Bréfritari: Jóhannes Halldórsson
Dagsetning: A-1878-07-06
Skrifað á: Vesturheimi

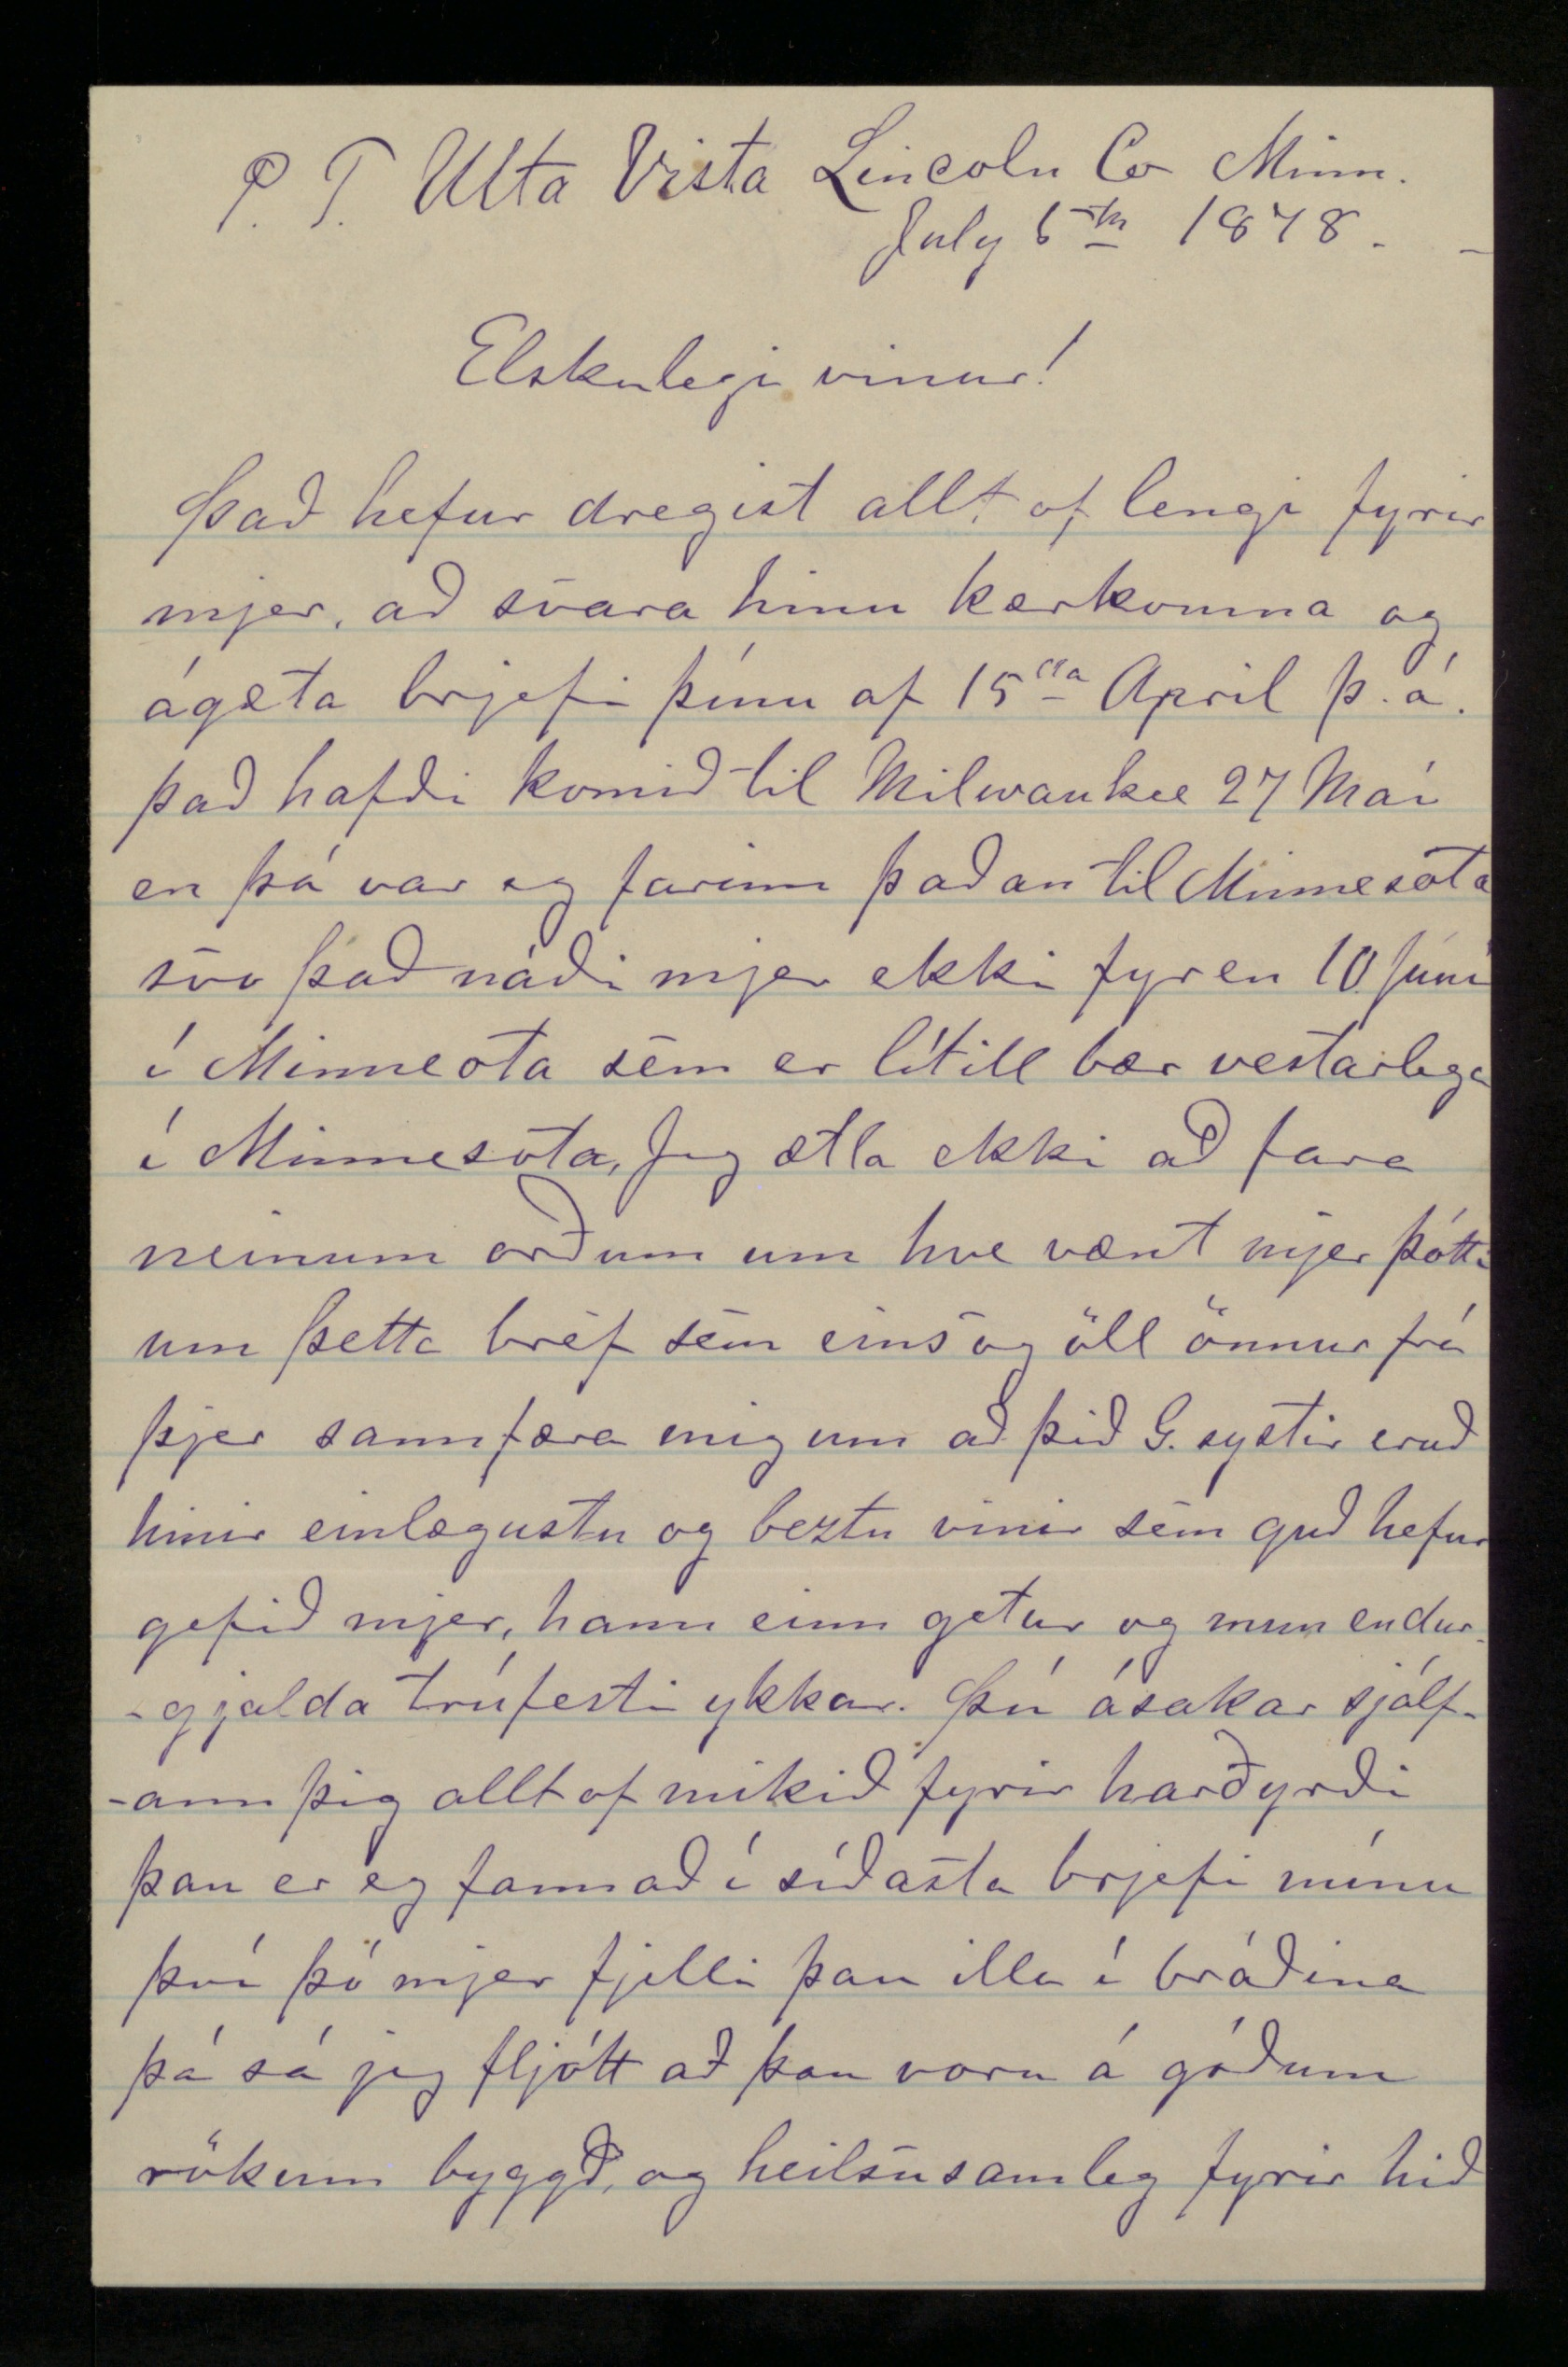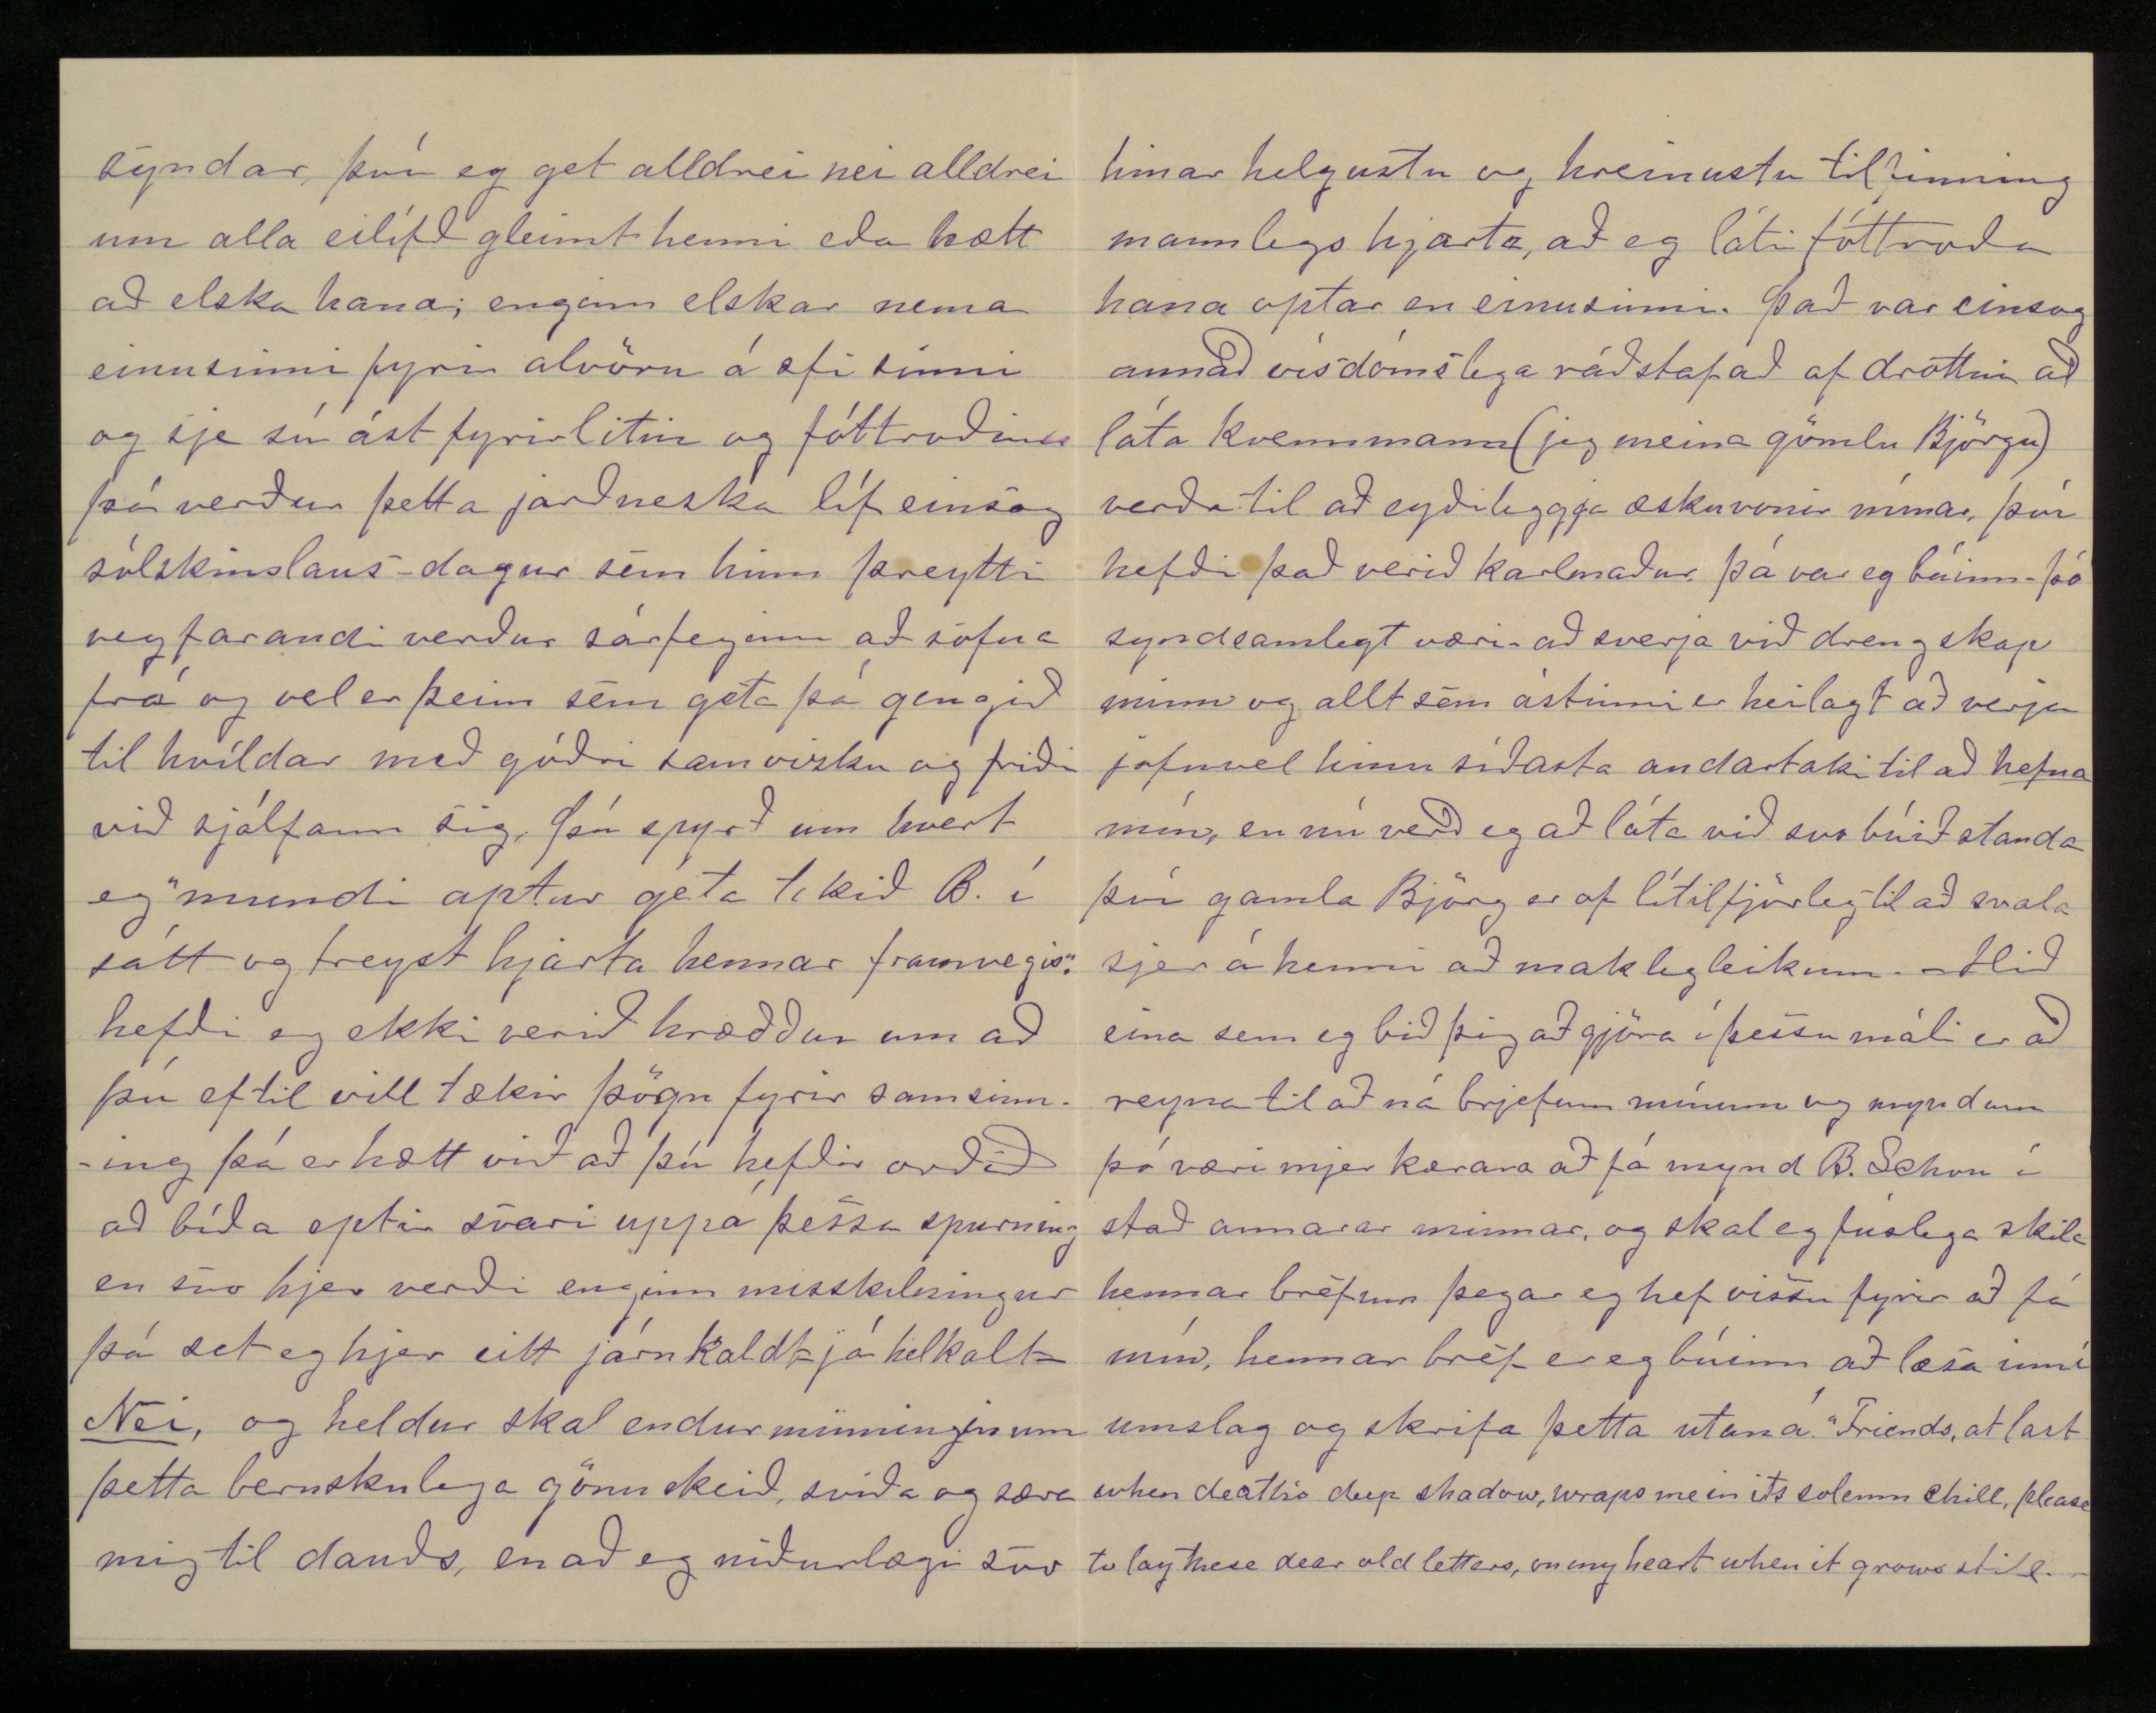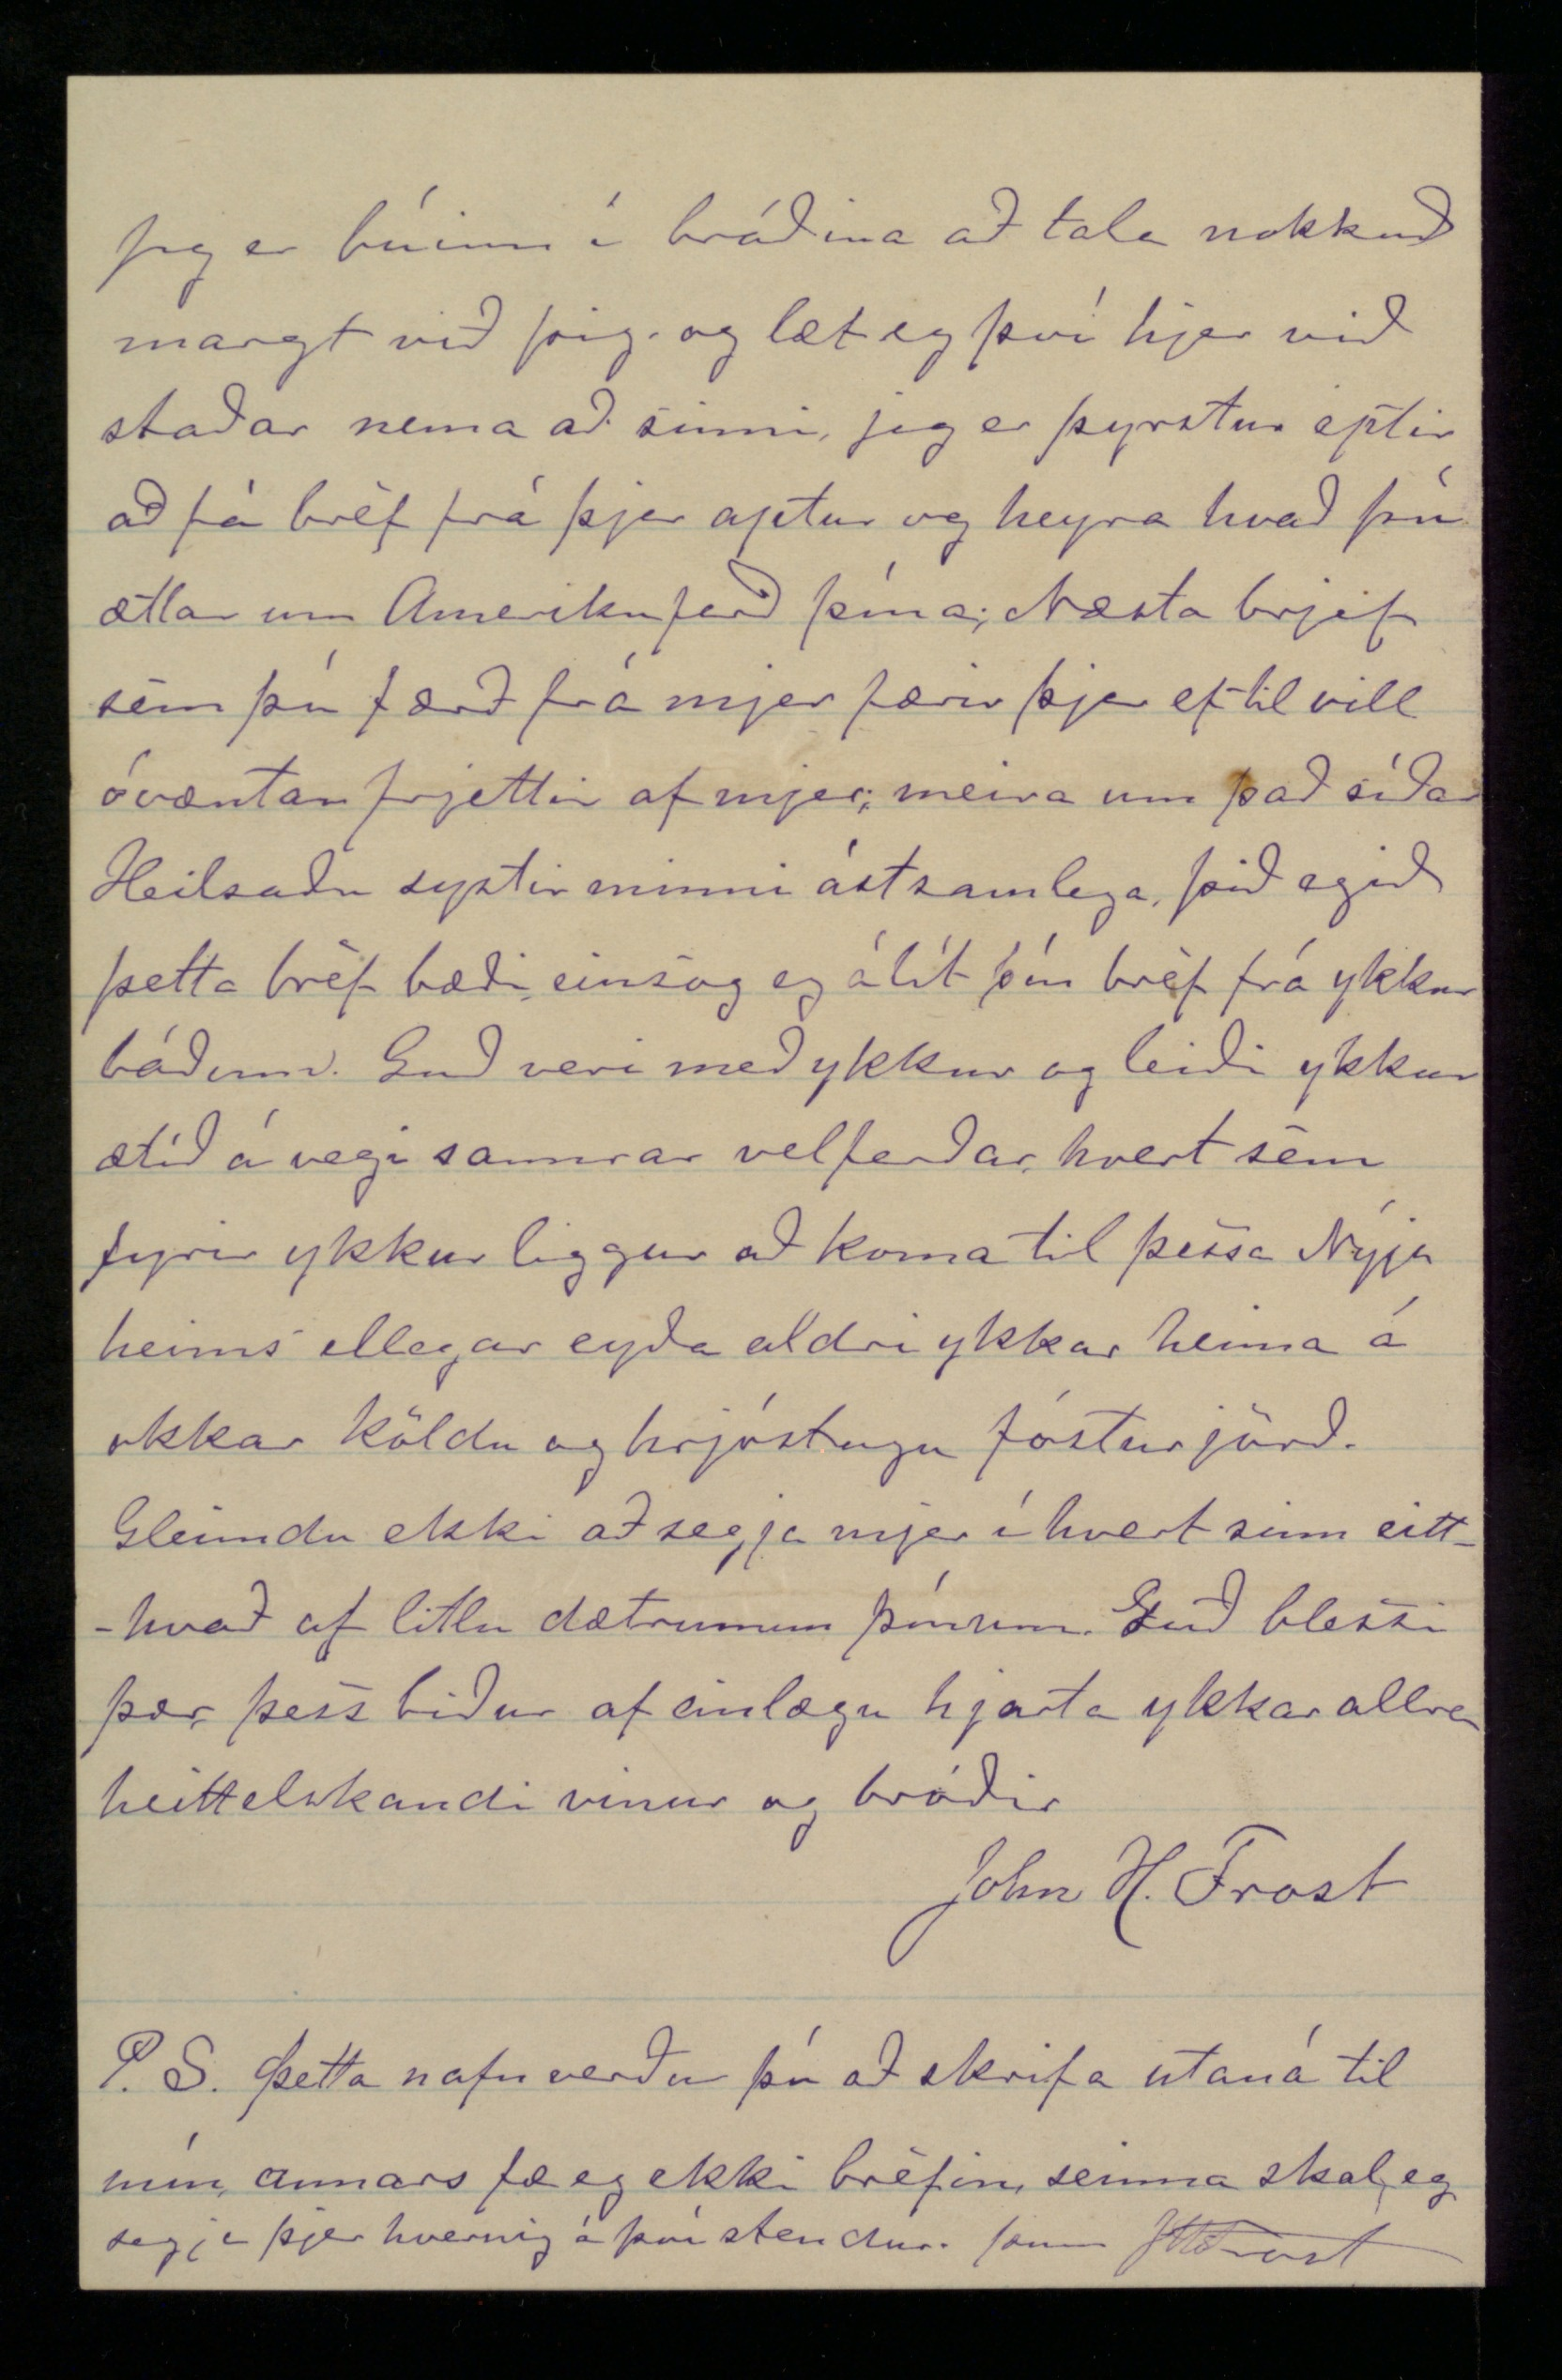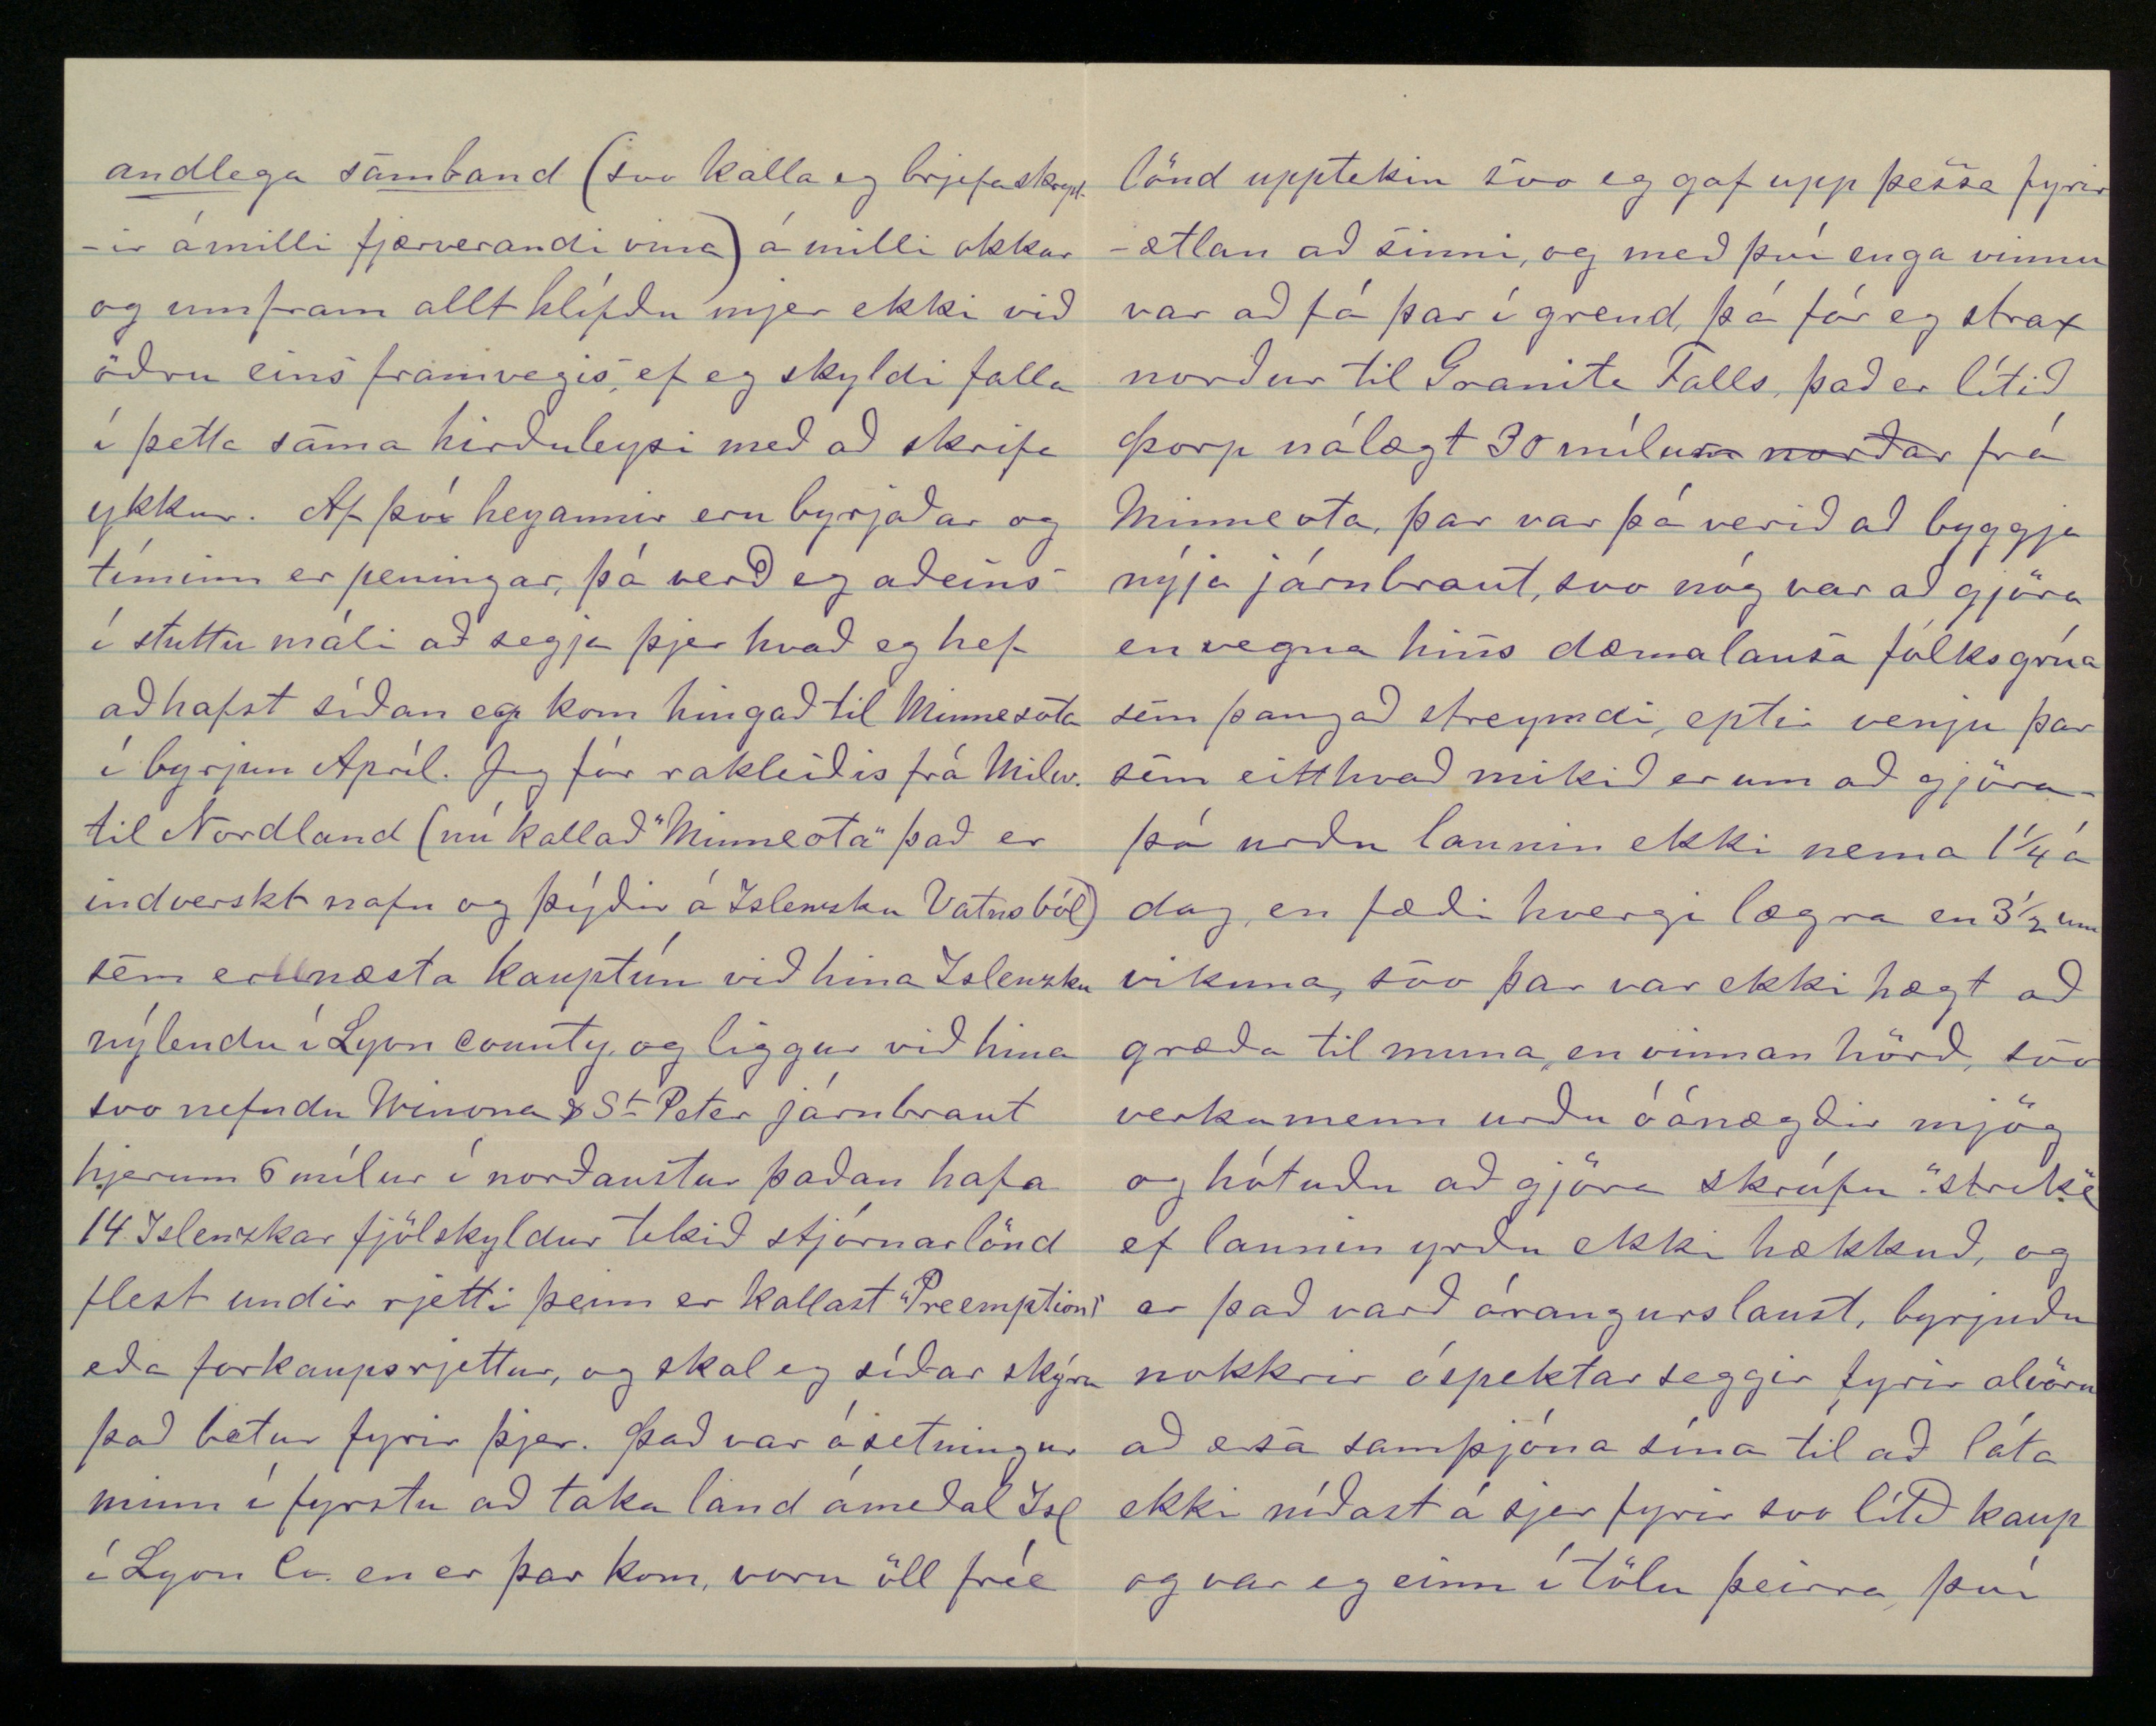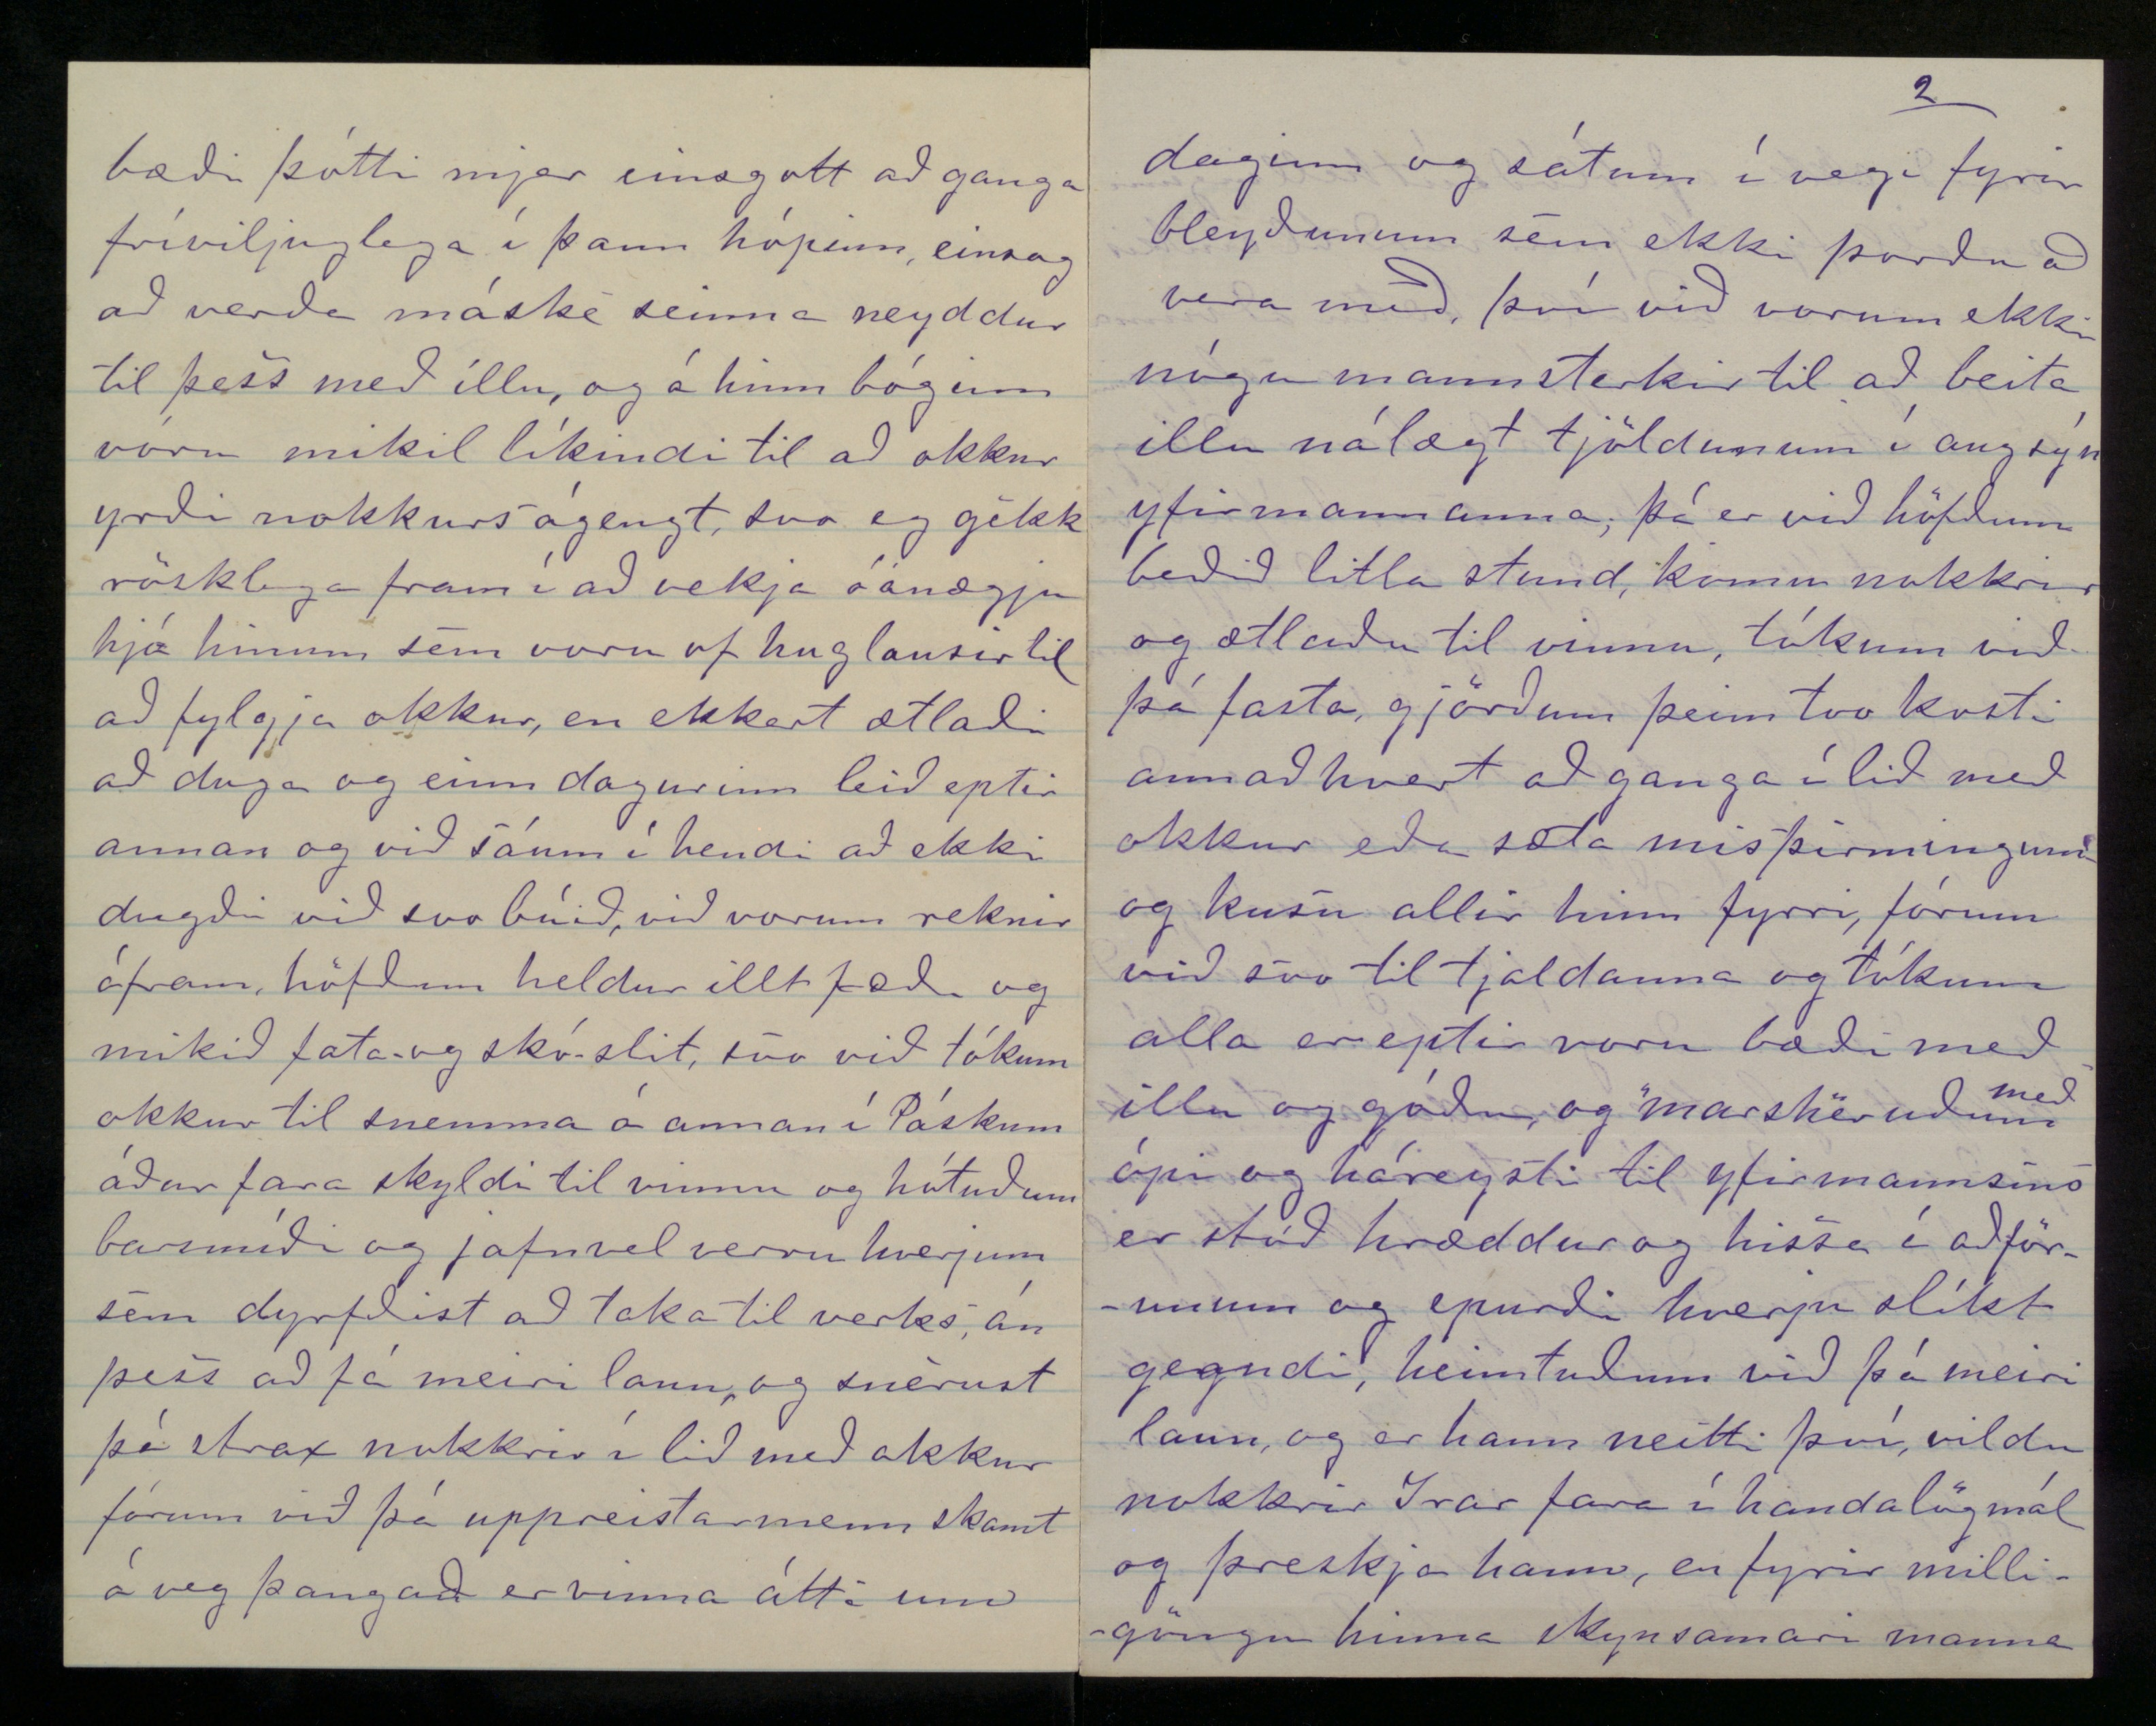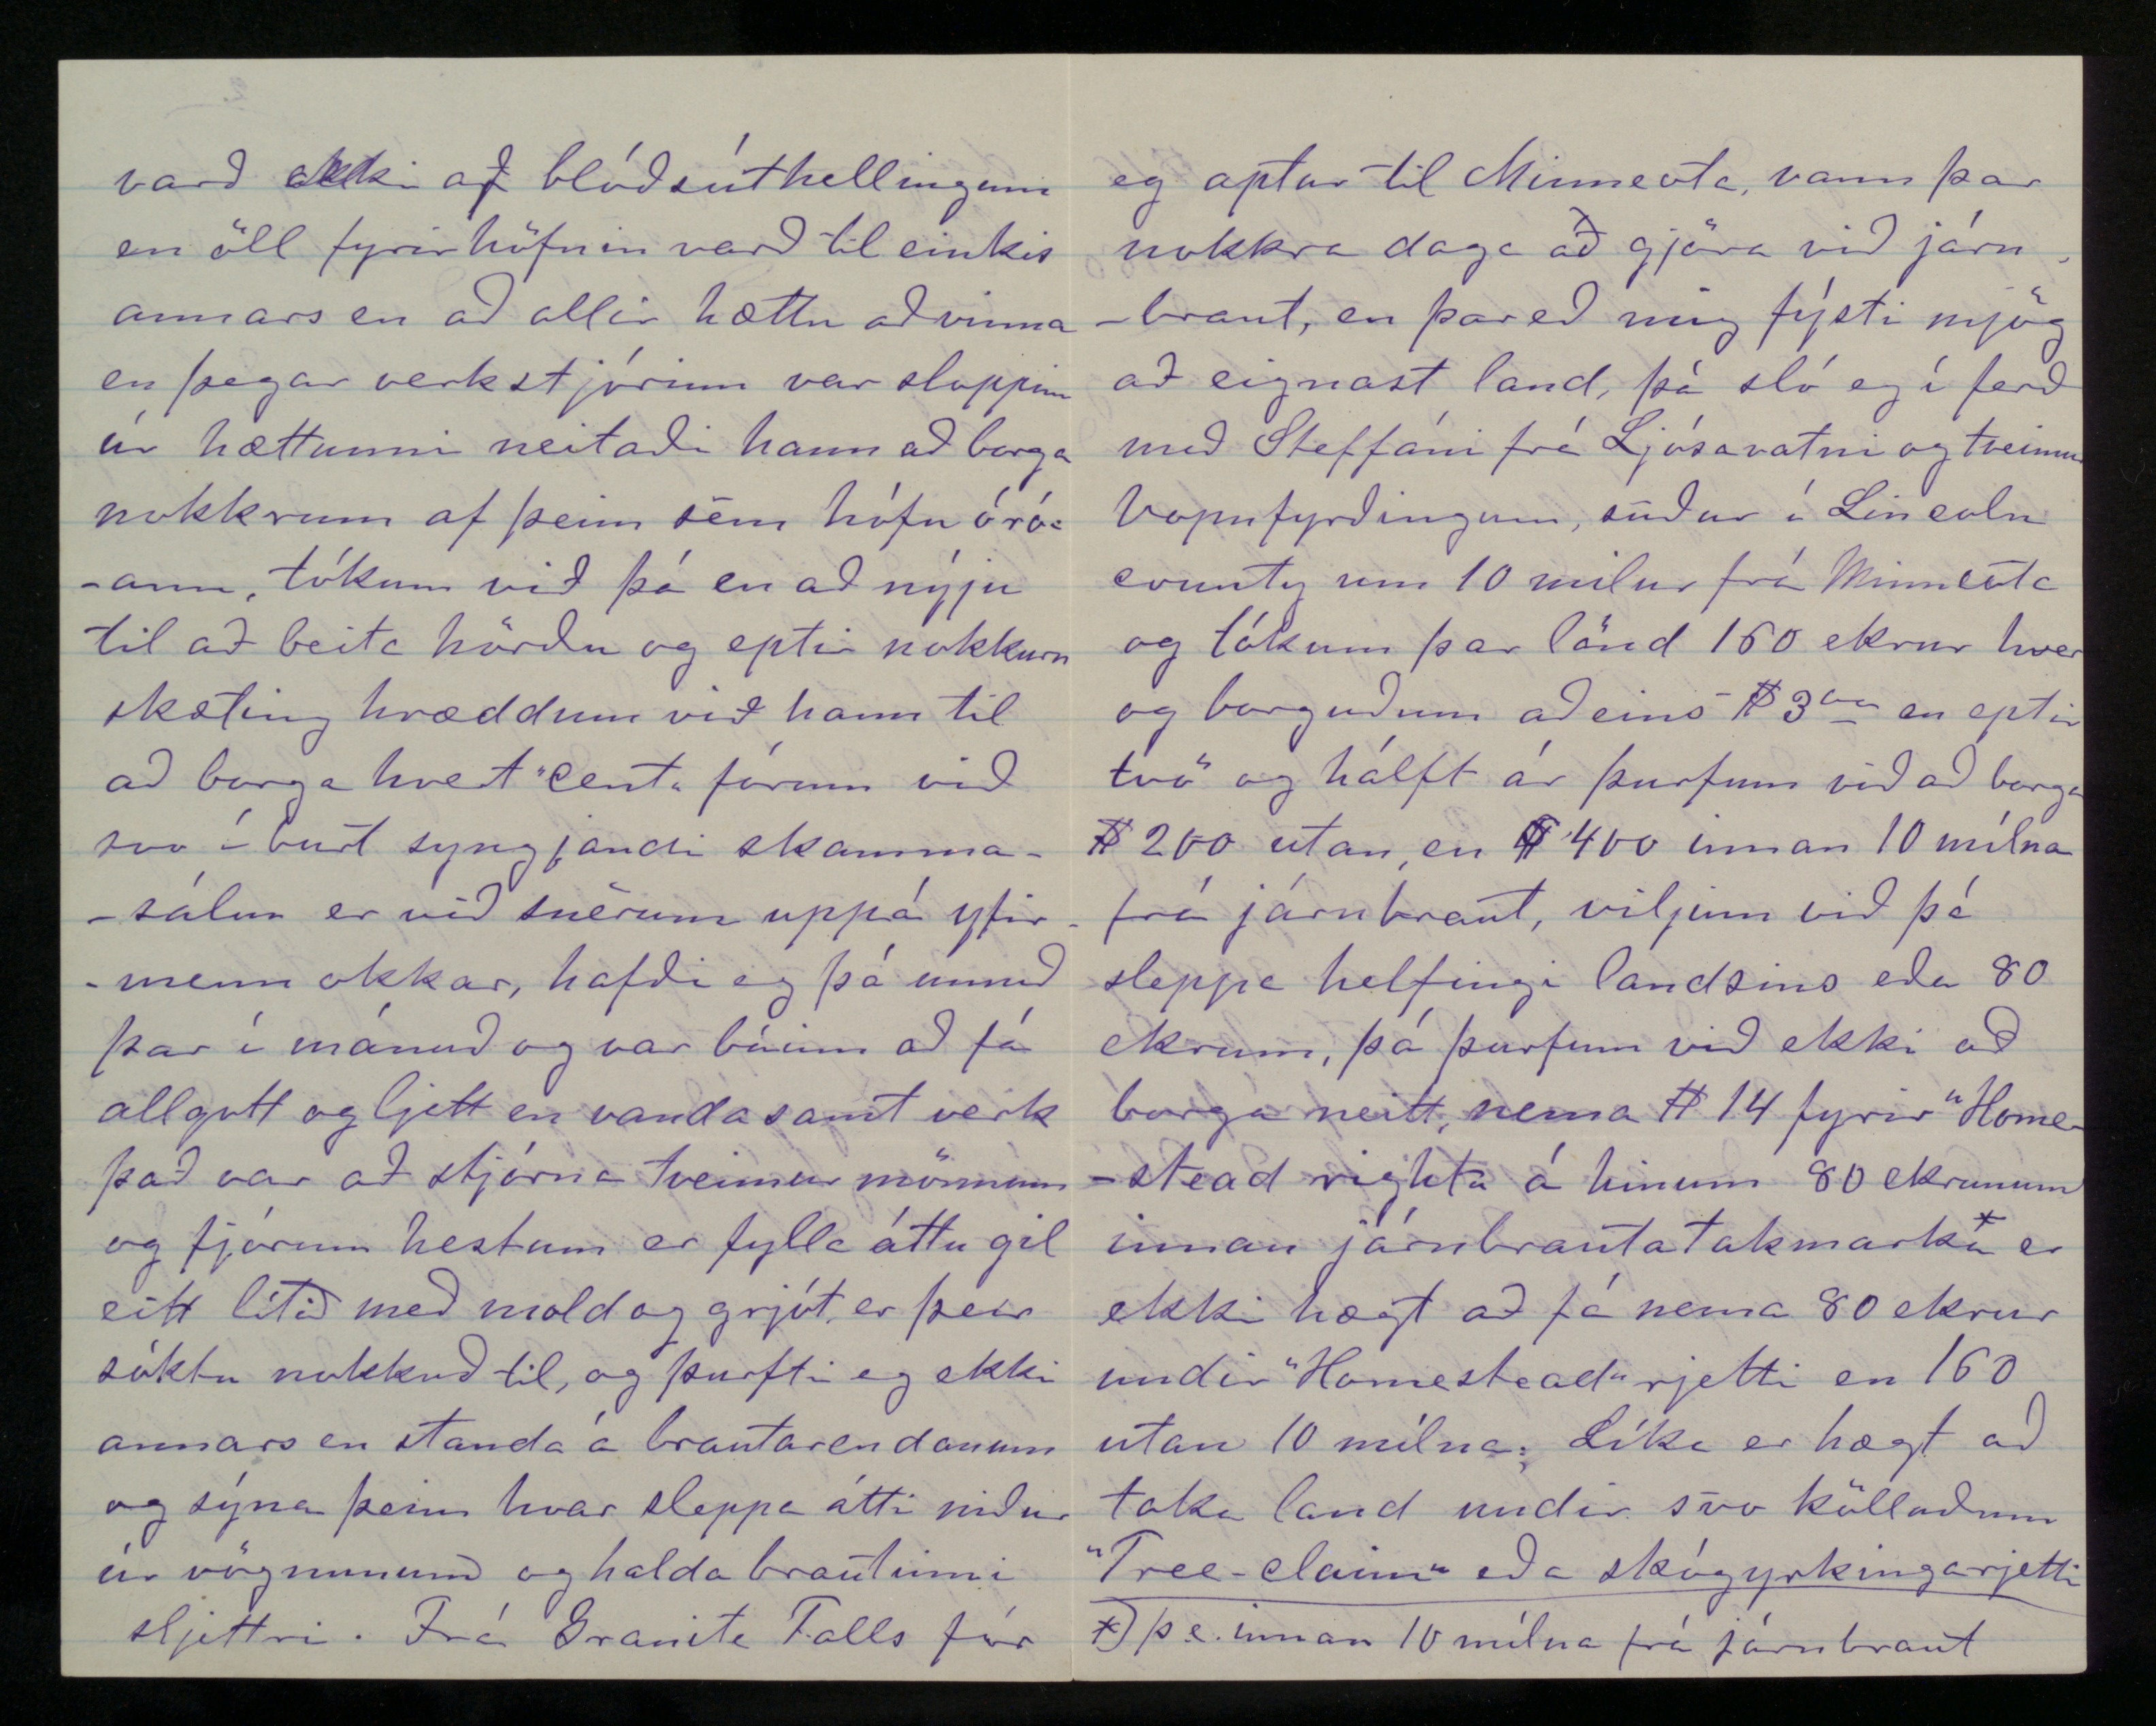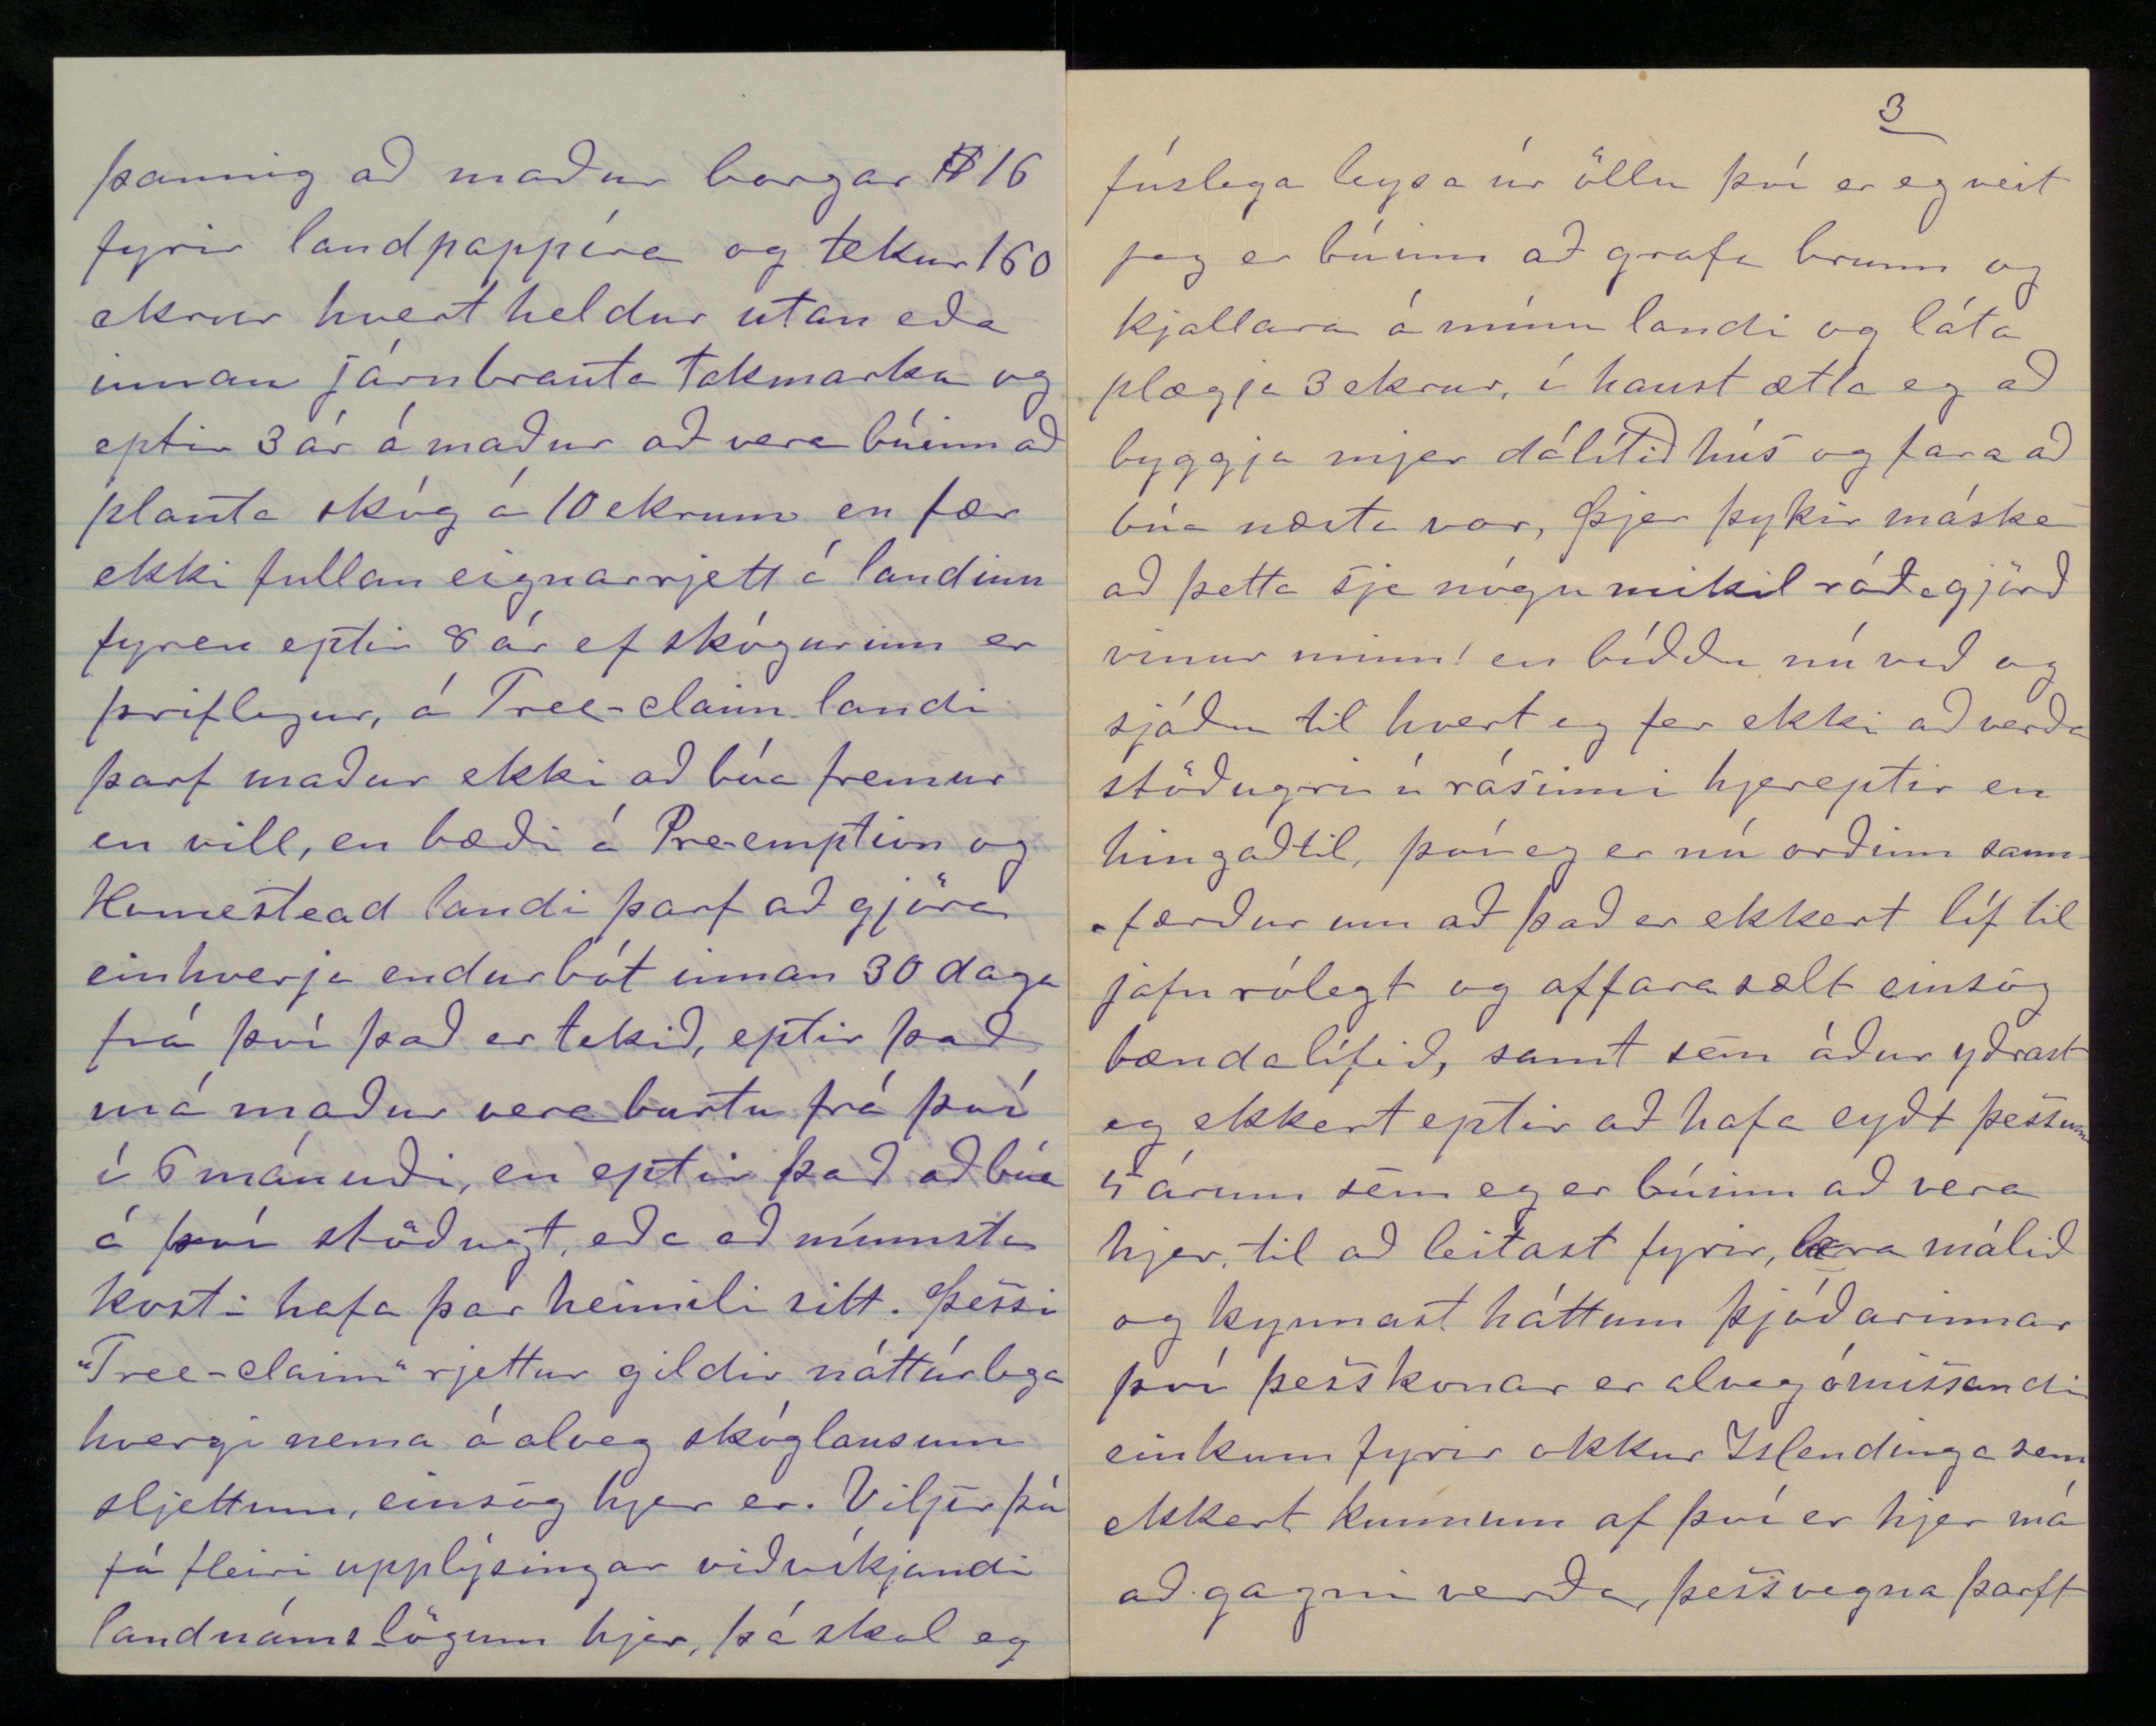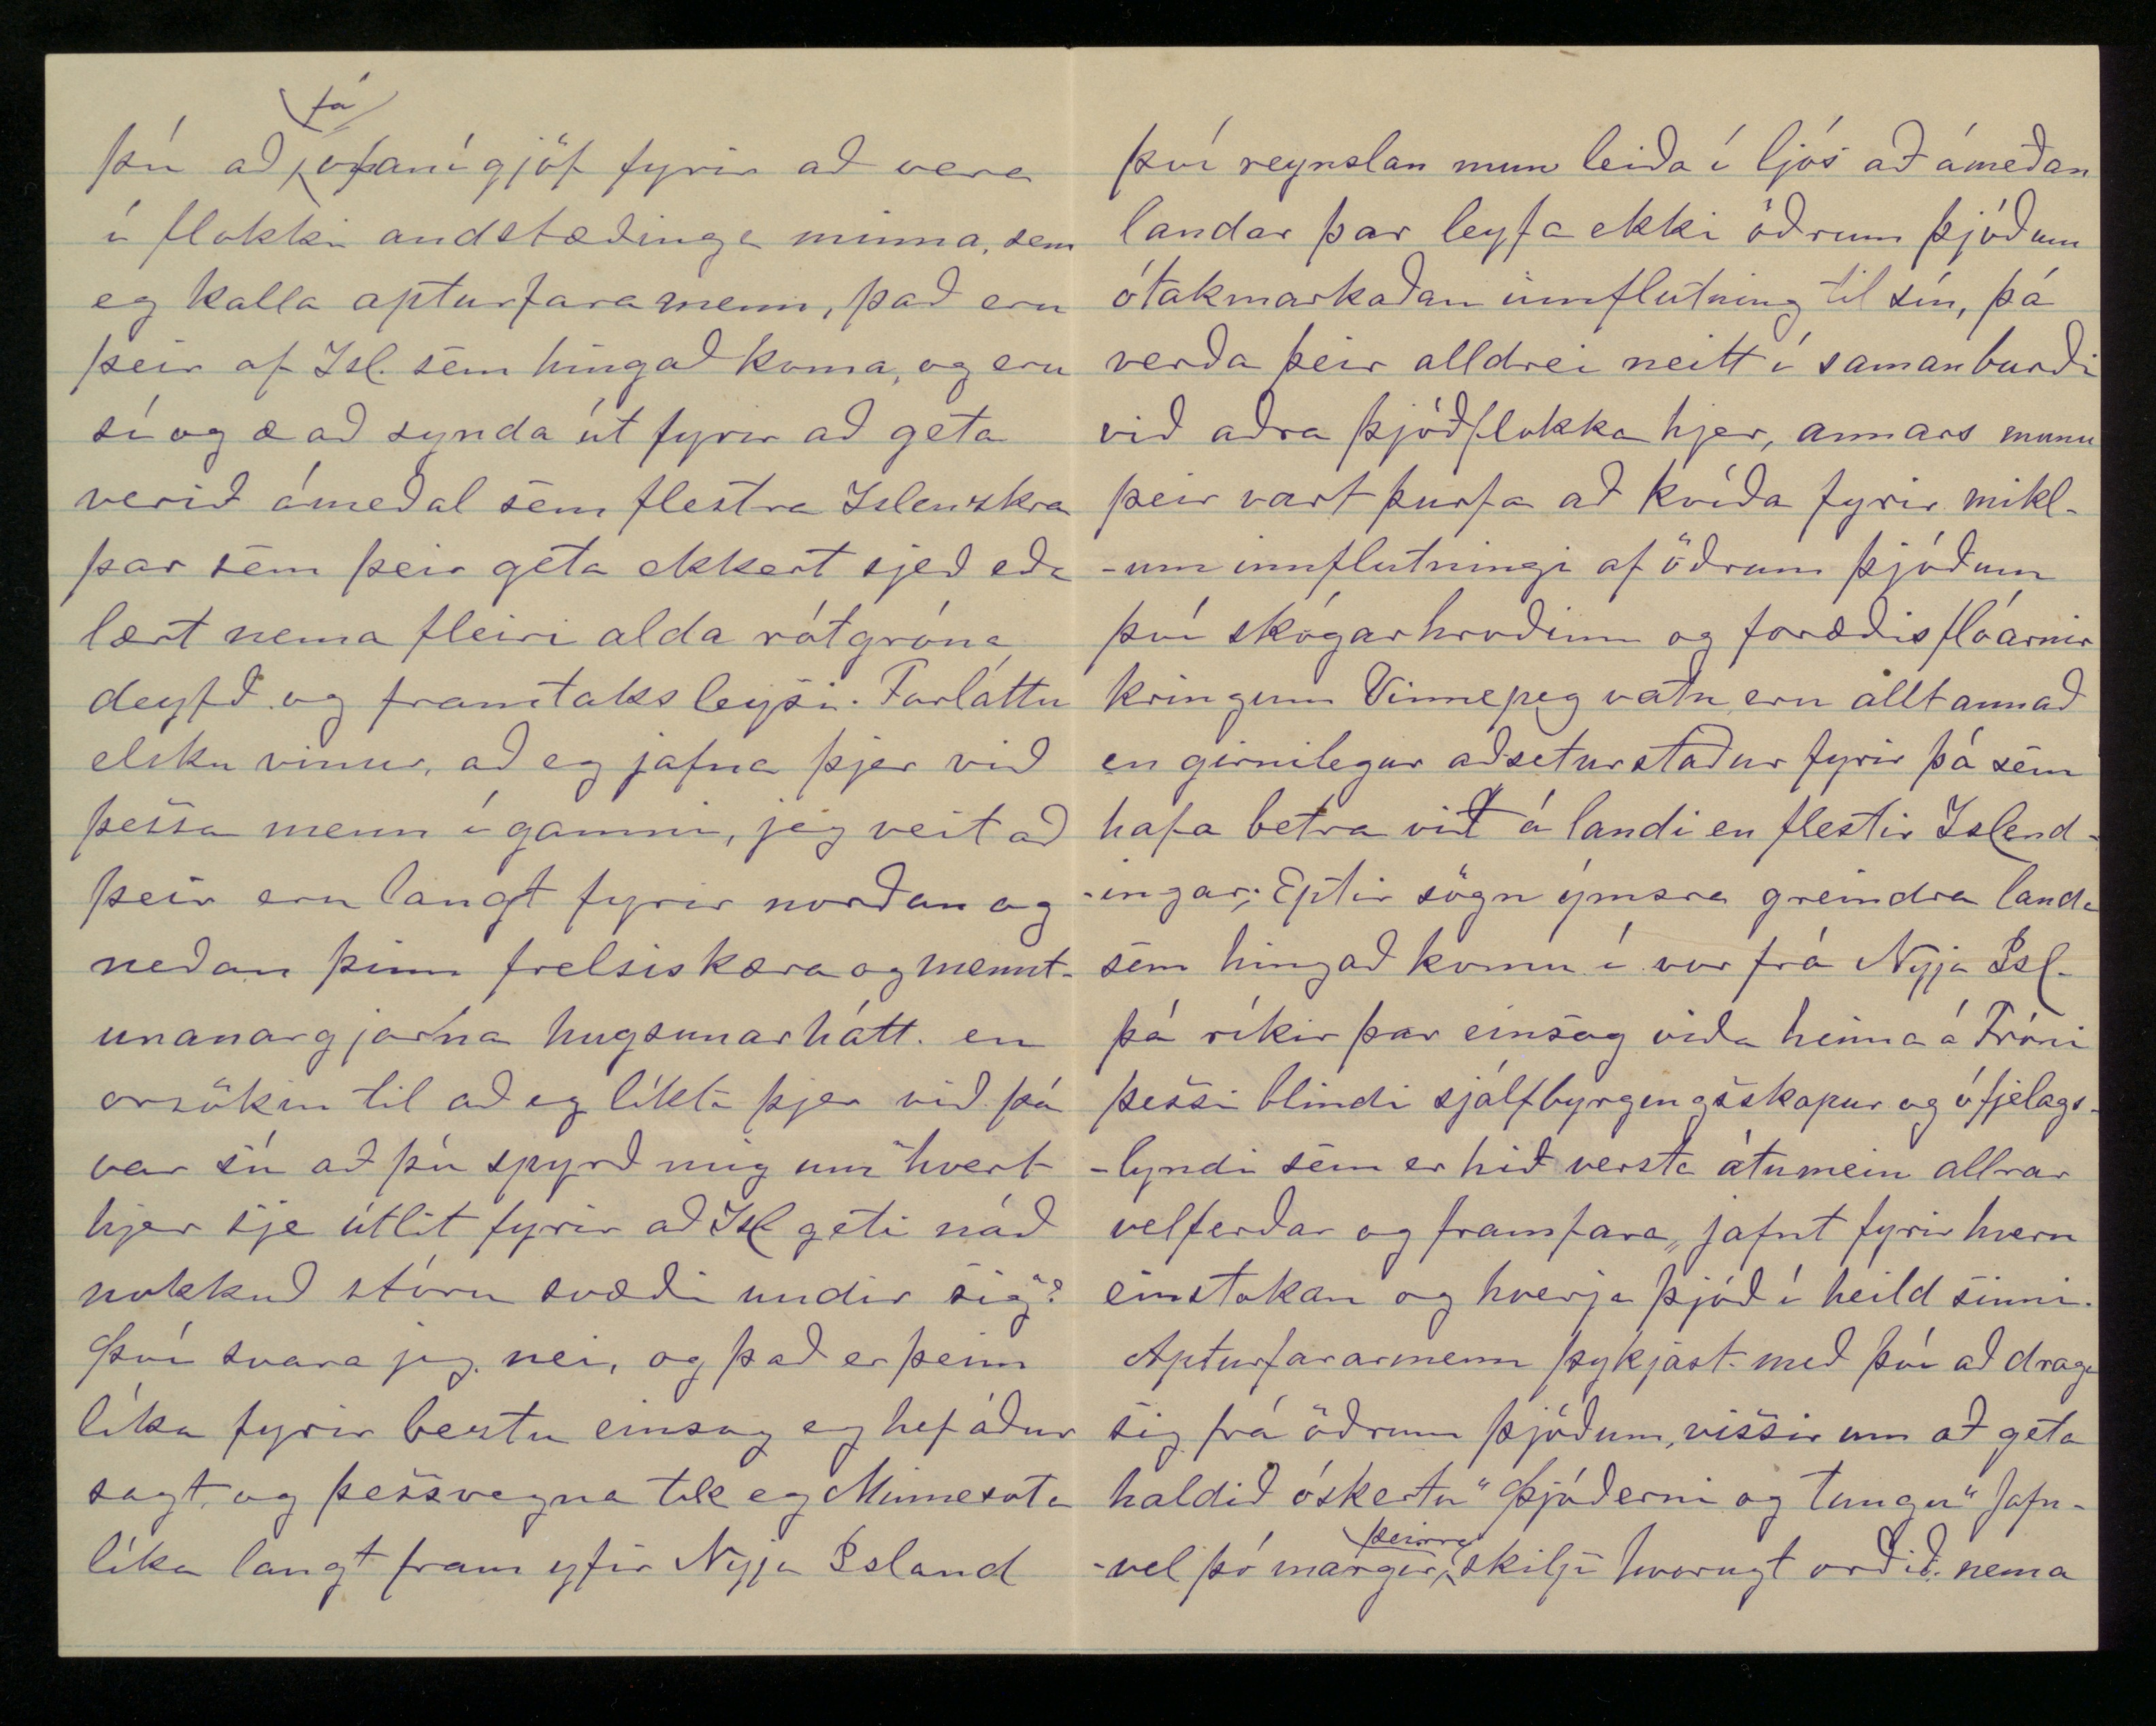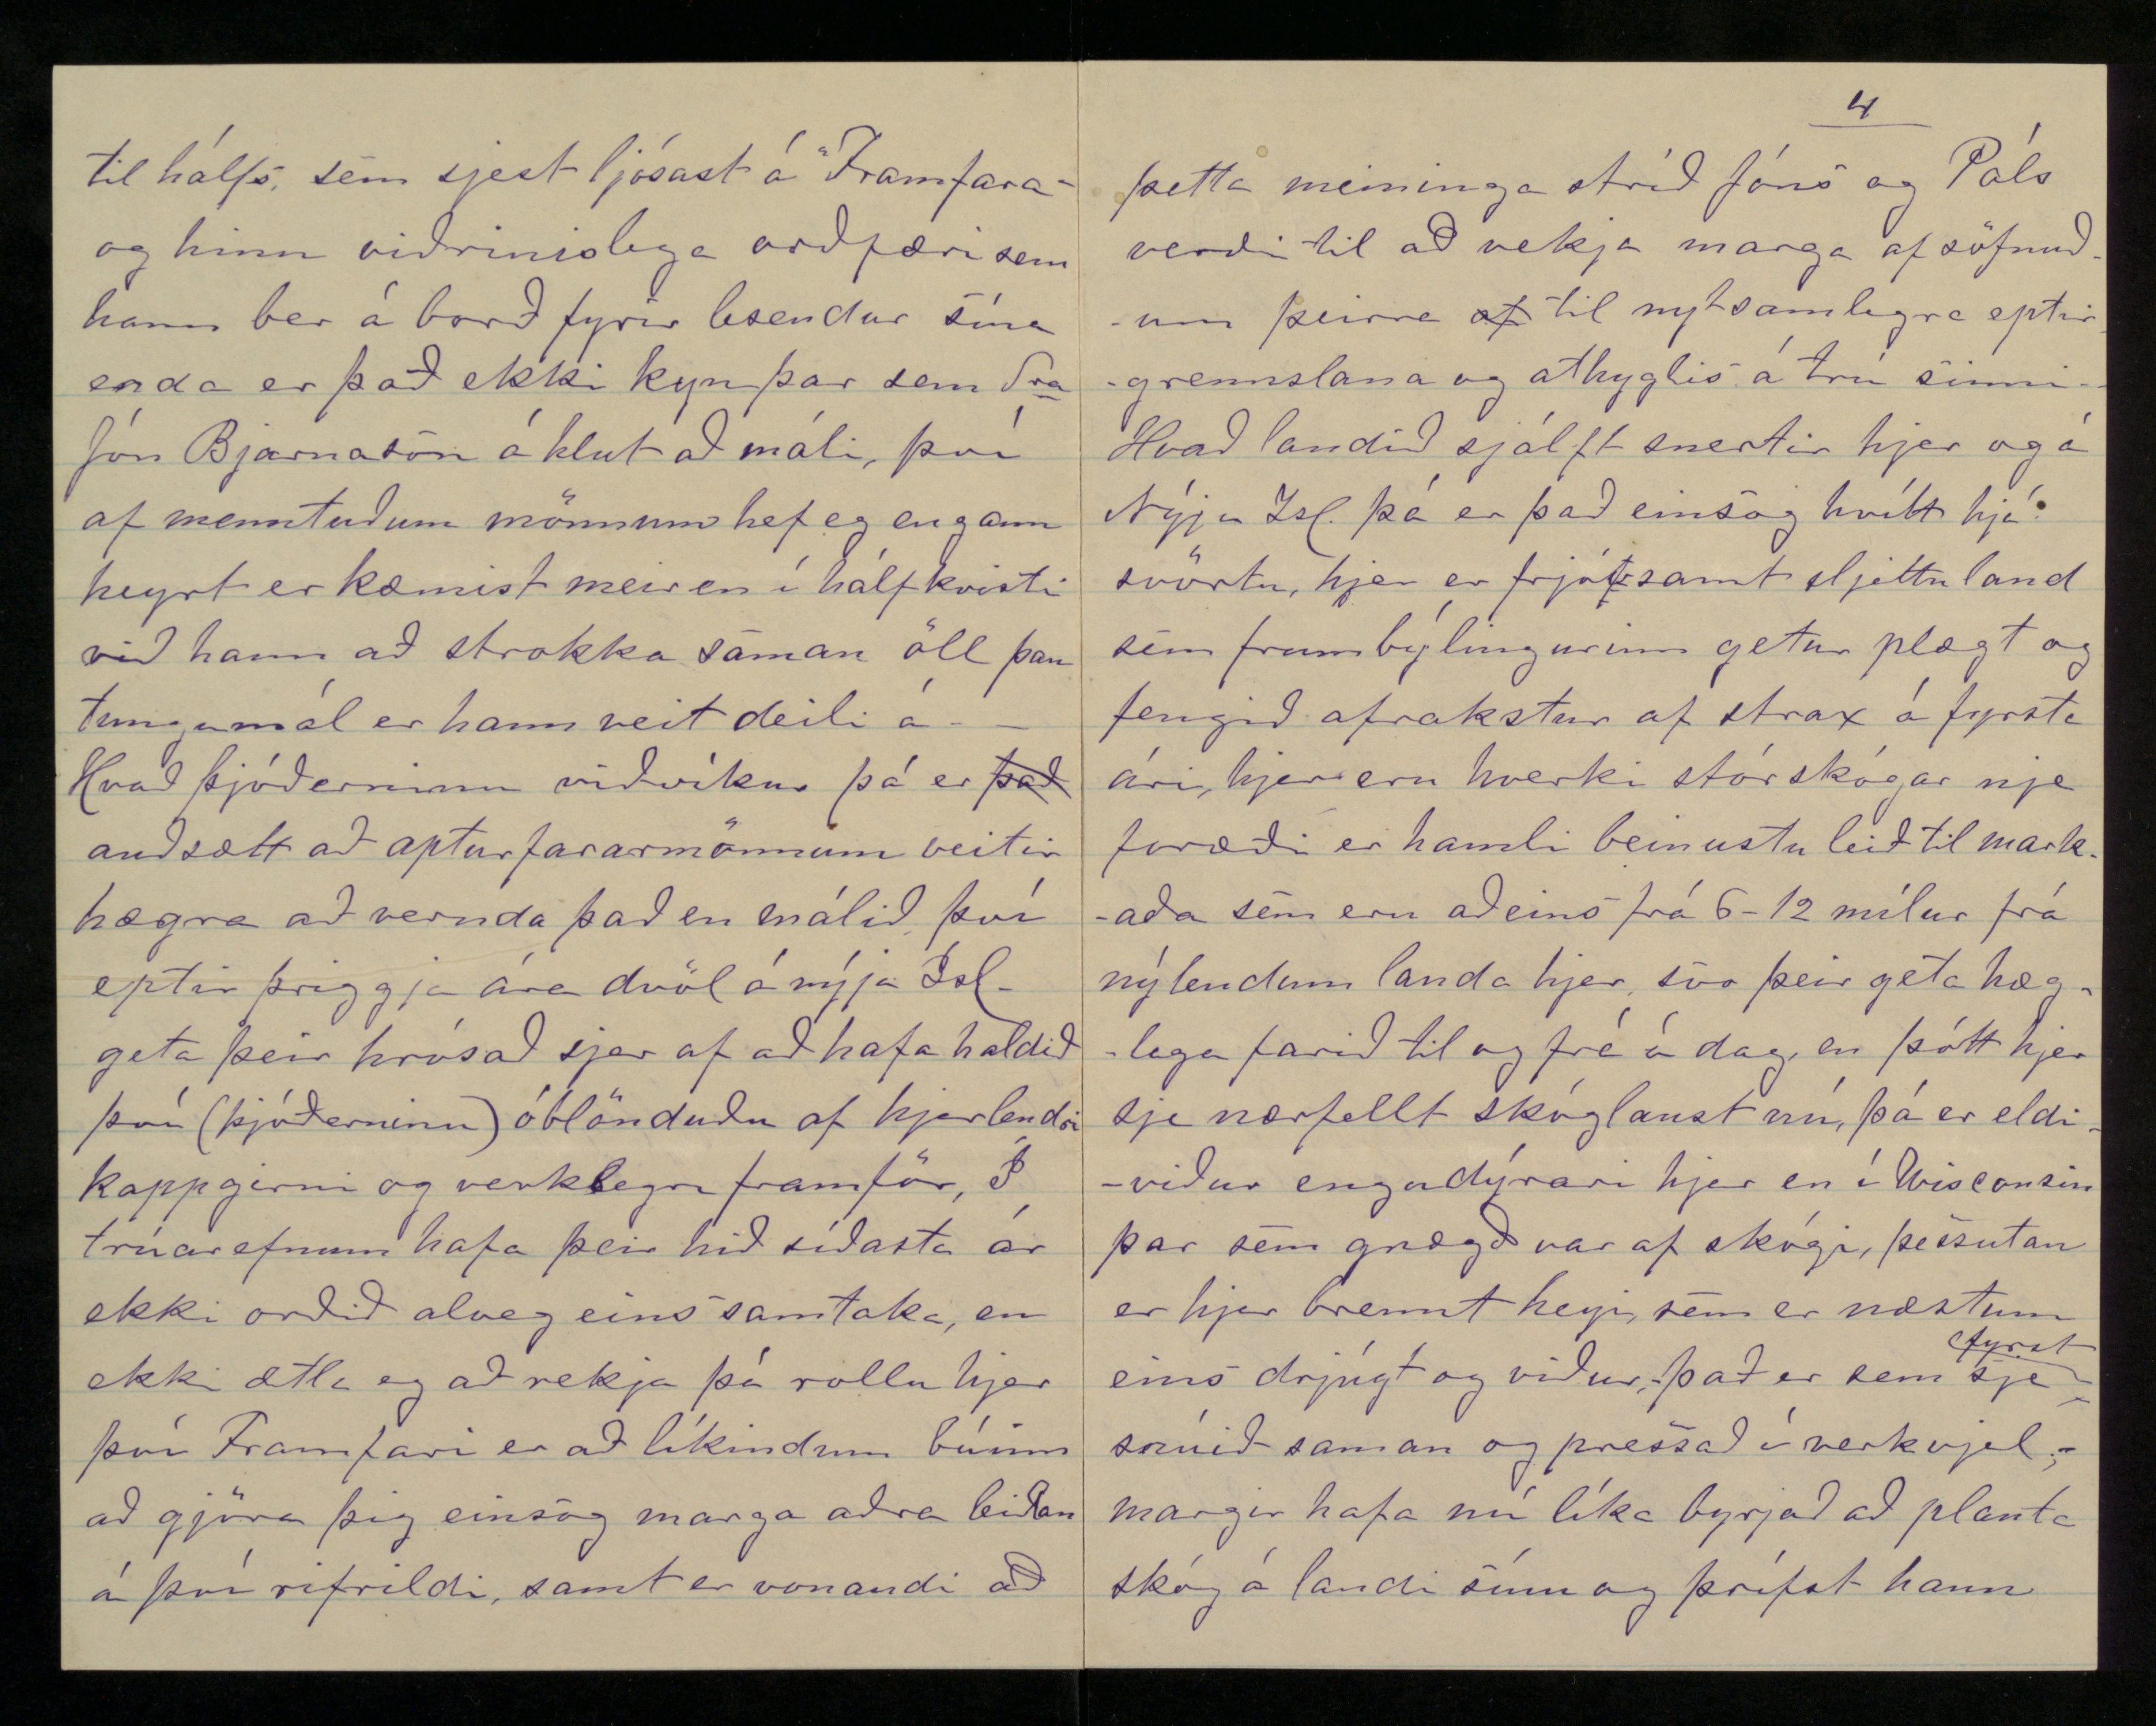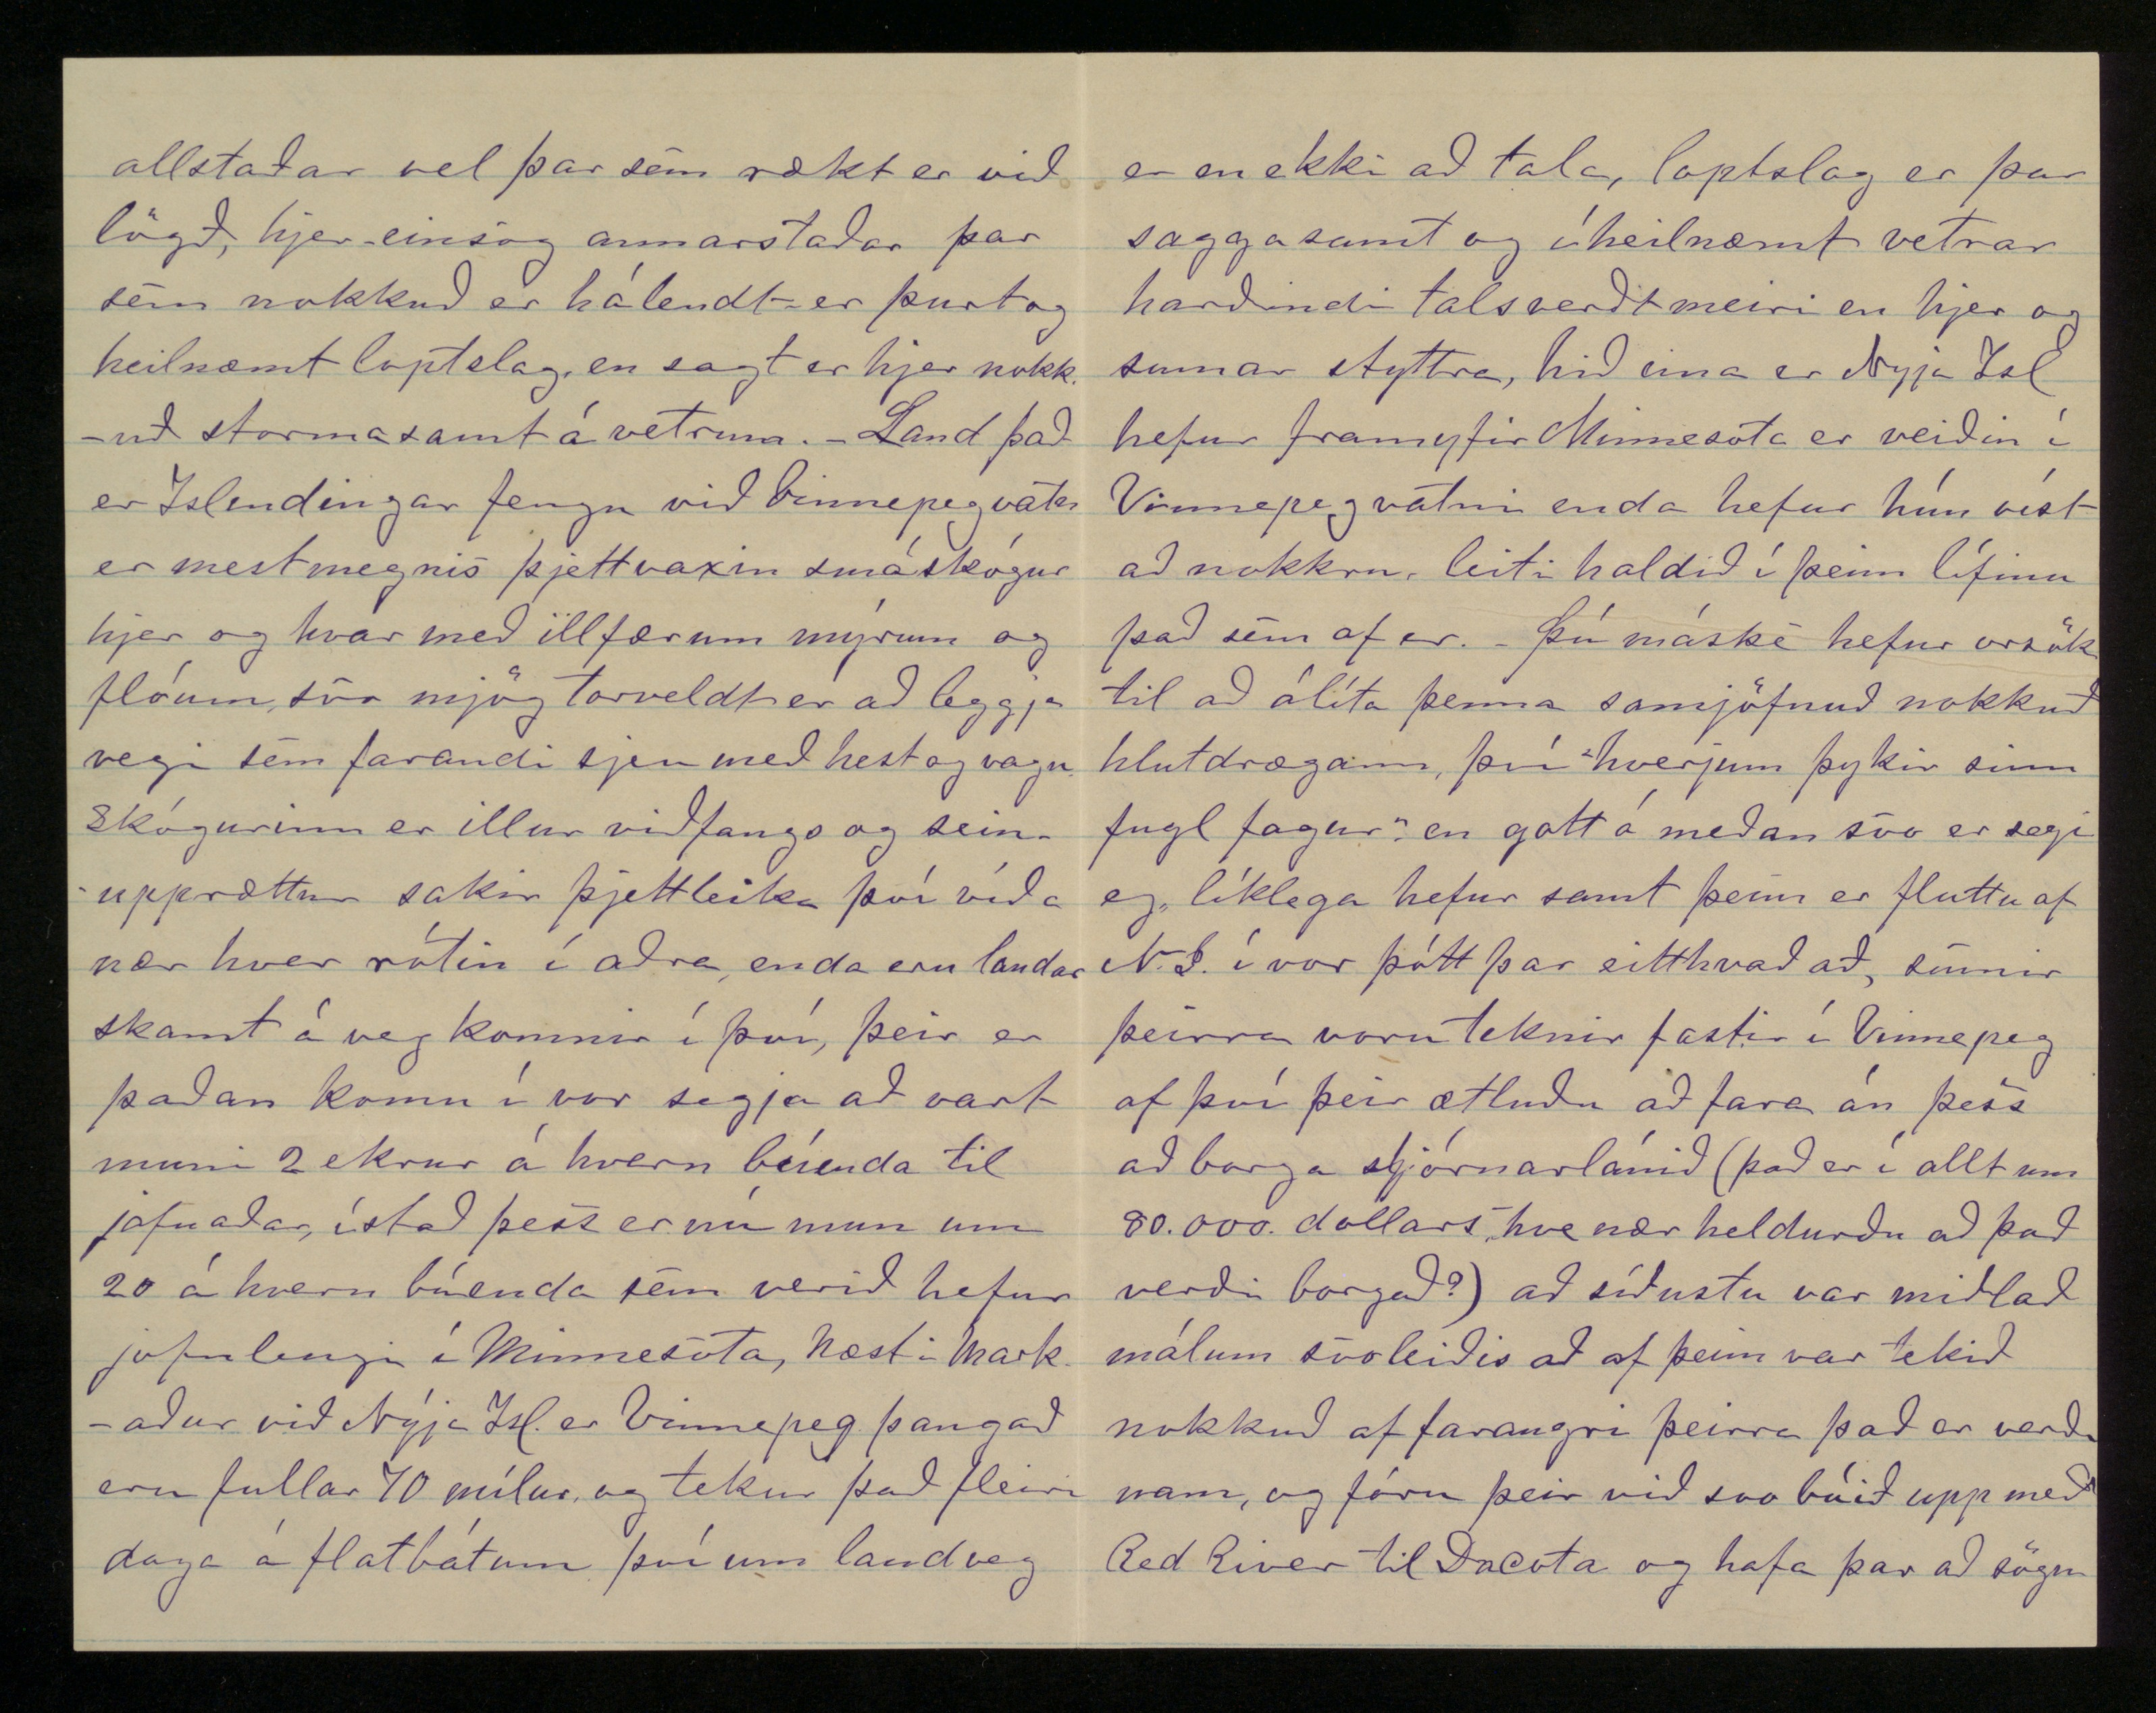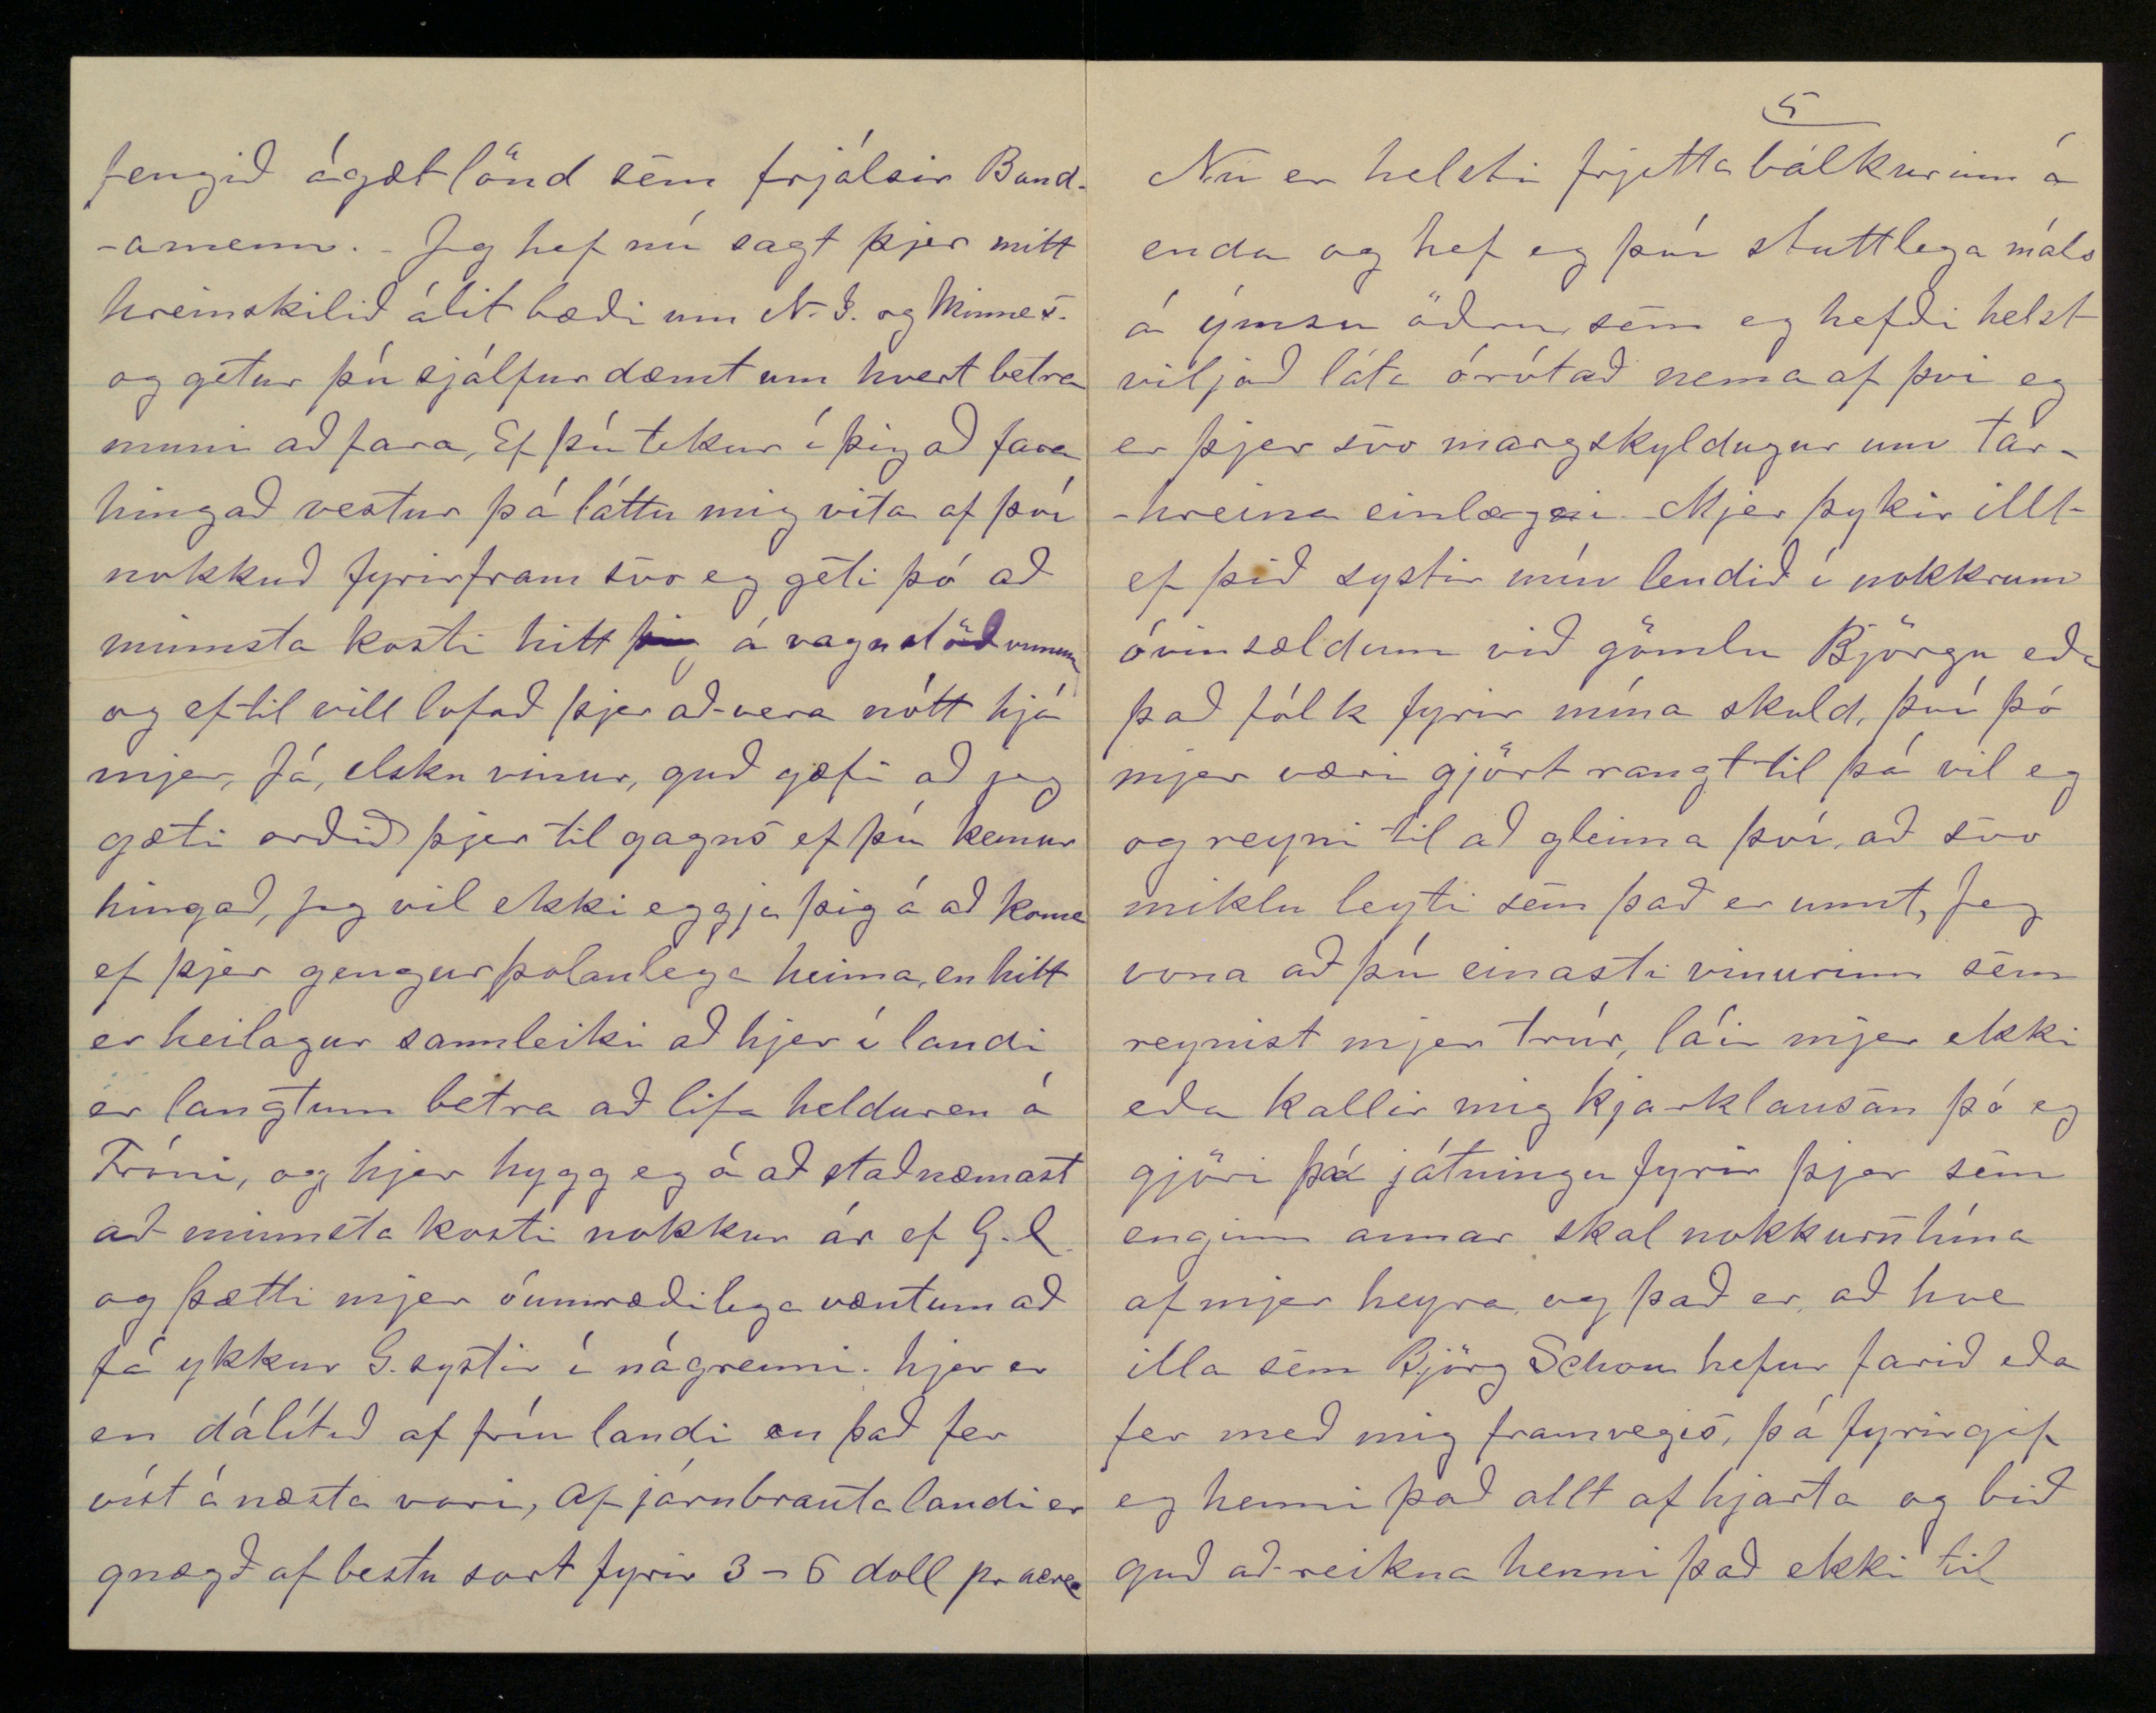

hinar helgustu og hreinustu tilfinning mannlegs hjarta, að eg láti fóttroða hana optar en einusinni. það var einsog annað vísdómslega ráðstafað af drottni að láta kvennmann (jeg meina gömlu Björgu) verða til að eyðileggja æskuvonir mínar, því hefði það verið karlmaður þá var eg búinn þó syndsamlegt væri að sverja við drengskap minn og allt sem ástinni er heilagt að verja jafnvel hinu síðasta anartaki til að
hefna
mín, en nú verð eg að láta við svo búið standa því gamla Björg er of lítilfjörleg til að svala sjer á henni að maklegleikum. Hið eina sem eg bið þig að gjöra í þessu máli er að reyna til að ná brjefum mínum og myndum þá væri mjer kærara að fá mynd B. Schon í stað annarar minnar, og skal eg fúslega skila hennar bréfum þegar eg hef vissu fyrir að fá mín, hennar bréf er eg búinn að læsa inní umslag og skrifa þetta utaná "Friends, at last when death's deep shadow wraps me in its solemn chill, please to lay these dear old letters, on my heart when it grows still. -
Jeg er búinn í bráðina að tala nokkuð margt við þig og læt eg því hjer við staðar nema að sinni jeg er þyrstur eptir að fá bréf frá þjer aptur og heyra hvað þú ætlar um Amerikuferð þína. Næsta brjef sem þú færð frá mjer færir þjer ef til vill óvæntar frjettir af mjer, meira um það síðar Heilsaðu systir minni ástsamlega, þið egið þetta bréf bæði einsog eg álít þín bréf frá ykkur báðum. Guð veri með ykkur og leiði ykkur ætíð á vegi sannrar velferðar hvert sem fyrir ykkur liggur að koma til þessa Nýja heims ellegar eyða aldri ykkar heima á okkar köldu og hrjóstugu fósturjörð. Gleimdu ekki að segja mjer í hvert sinn eitthvað af litlu dætrunum þínum Guð blessi þær þess biður af einlægu hjarta ykkur allra heittelskandi vinur og bróðir
John H. Frost
P.S. Þetta nafn verður þú að skrifa utaná til mín annars fæ eg ekki bréfin, seinna skal eg segja þjer hvernig á því stendur
Þinn JHFrost
P.T. Ulta Vista Lincoln Co Minn.
July 6
th
1878
Elskulegi vinur!
Það hefur dregist allt of lengi fyrir mjer að svara hinu kærkomna og ágæta brjefi þínu af 15
da
April þ.á. Það hafði komið til Milwaukee 27 Maí en þá var eg farinn þaðan til Minnesote svo það náði mjer ekki fyren 10 Juní í Minneota sem er lítill bær vestarlega í Minnesota. Jeg ætla ekki að fara neinum orðum um hve vænt mjer þótti um þetta brjef sem eins og öll önnur frá þjer sannfæra mig um að þið G. systir eruð hinir einlægustu og beztu vinir sem guð hefur gefið mjer, hann einn getur og mun endurgjalda trúfesti ykkkar. Þú ásakar sjálfann þig alltof mikið fyrir haryrði þau er eg fann að í síðasta brjefi mínu því þó mjer fjelli þau illa í bráðina þá sá jeg fljótt að þau voru á góðum rökum byggð, og heilsusamleg fyrir hið
andlega samband
(svo kalla eg brjefaskriptir ámilli fjærverandi vina) á milli okkar og umfram allt hlífðu mjer ekki við öðru eins framvegis ef eg skyldi falla í þetta sama hirðuleysi með að skrifa ykkur. AF því heyannir eru byrjaðar og tíminn er peningar, þá verð eg aðeins í stuttu máli að segja þjer hvað eg hef aðhafst síðan eg kom hingað til Minnesota í byrjun Apríl. Jeg fór rakleiðis frá Milw. til Nordland (nú kallað "Minneota" það er indverskt nafn og þýðir á Islenzku Vatnsból) sem er næsta kauptún við hina Islenzku nýlendu í Lyon County og liggur við hina svo nefndu Winona
S
St Peter járnbraut hjerum 6 mílur í norðaustur þaðan hafa 14 Islenzkar fjölskyldur tekið stjórnarlönd flest undir rjetti þeim er kallast "Preemption" eða forkaupsrjettur, og skal eg síðar skýra það betur fyrir þjer. það var ásetningur minn í fyrstu að taka land ámeðal Isl í Lyon Co. en er þar kom voru öll free
lönd upptekin svo eg gaf upp þessa fyrirætlan að sinni, og með því enga vinnu var að fá þar í grend, þá fór eg strax norður til Granite Falls, það er lítið þorp nálægt 30 mílur
norður
frá Minneota, þar var þá verið að byggja nýja járnbraut, svo nóg var að gjöra en vegna hins dæmalausa fólksgrúa sem þangað streymdi eptir venju þar sem eitthvað mikið er um að gjöra þá urðu launin ekki nema 1 1/4 á dag, en fæði hvergi lægra en 3 1/2 um vikuna, svo þar var ekki hægt að græða til muna en vinnan hörð, svo verkamenn urðu óánægðir mjög og hótuðu að gjöra
skrúfu
"strike" ef launin yrðu ekki hækkuð, og er það varð árangurslaust, byrjuðu nokkrir óspektarseggir fyrir alvöru að æsa samþjóna sína til að láta ekki níðast á sjer fyrir svo lítið kaup og var eg einn í tölu þeirra því
bæði þótti mjer eins gott að ganga fríviljuglega í þann hópinn, einsog að verða máské seinna neyddur til þess með illu, og á hinn bóginn vóru mikil líkindi til að okkur yrði nokkurs ágengt svo eg gekk rösklega fram í að vekja óánægju hjá hinum sem voru of huglausir til að fylgja okkur, en ekkert ætlaði að duga og einn dagurinn leið eptir annan og við sáum í hendi að ekki dugði við svo búið, við vorum reknir áfram, höfðum heldur illt fæði og mikið fata- og skóslit, svo við tókum okkur til snemma á annan í Páskum áður fara skyldi til vinnu og hótuðum barsmíði og jafnvel verru hverjum sem dyrfðist að taka til verks án þess að fá meiri laun og snérust þá strax nokkrir í lið með okkur fórum við þá uppreistarmenn skamt á veg þangað er vinna átti um
daginn og sátum í vegi fyrir bleyðunum sem ekki þorðu að vera með því við vorum ekki nógu mannsterkir til að beita illu nálægt tjöldunum í augsýn yfirmannanna, þá er við höfðum beðið litla stund, komu nokkrir og ætluðu til vinnu, tókum við þá fasta, gjörðum þeim tvo kosti annað hvert að ganga í lið með okkur eða sæta misþirmingum og kusu allir hinn fyrri, fórum við svo til tjaldanna og tókum alla er eptir voru bæði með illu og góðu, og "marsh"eruðum
með
ópi og háreysti til yfirmannsins er stóð hræddur og hissa í aðförunum og spurði hverju slíkt gegndi, heimtuðum við þá meiri laun, og er hann neitti því vildu nokkrir Irar fara í handalögmál og þreskja hann, en fyrir milligöngu hinna skynsamari manna
varð ekki af blóðsúthellingum en öll fyrirhöfnin varð til einskis annars en að allir hættu að vinna en þegar verkstjórinn var sloppinn úr hættunni neitaði hann að borga nokkrum af þeim sem hófu óróann, tókum við þá en að nýju til að beita hörðu og eptir nokkurn skæting hræddum við hann til að borga hvert "cent" fórum við svo í burt syngjandi skammasálm er við snérum uppá yfirmenn okkar, hafði eg þá unnið þar í mánuð og var búinn að fá allgott og ljett en vandasamt verk það var að stjórna tveimur mönnum og fjórum hestum er fylla áttu gil eitt lítið með mold og grjót er þeir sóktu nokkuð til, og þurfti eg ekki annars en standa á brautarendanum og sýna þeim hvar sleppa átti niður úr vögnunum og halda brautinni sljettri. Frá Granite Falls fór
eg aptur til Minneota, vann þar nokkra daga að gjöra við járnbraut, en þareð mig fýsti mjög að eignast land, þá sló eg í ferð með Steffáni frá Ljósavatni og tveimur Vopnfyrðingum, suður í Lincoln county um 10 milur frá Minneota og tókum þar lönd 150 ekrur hver og borguðum aðeins $ 3
00
en eptir tvö og hálft ár þurfum við að borga $ 200 utan, en 400 innan 10 mílna frá járnbraut, viljum við þá sleppa helfingi landsins eða 80 ekrum, þá þurfum við ekki að borga neitt, nema $ 14 fyrir "Homestead right" á hinum 80 ekrunum innan járnbrautatakmarka*
*þ.e. innan 10 mílna frá járnbraut
er ekki hægt að fá nema 80 ekrur undir "Homestead" rjetti en 160 utan 10 mílna. Líka er hægt að taka land undir svo kölluðum "Tree-claim" eða skógyrkingarjetti
þannig að maður borgar $16 fyrir landpappíra og tekur 160 ekrur hvert heldur utan eða innan járnbrauta takmarka og eptir 3 ár á maður að vera búinn að planta skóg á 10 ekrum en fær ekki fullan eignarrjett á landinu fyren eptir 8 ár ef skógurinn er þriflegur, á Tree-claim landi þarf maður ekki að búa fremur en vill, en bæði á Pre-emption og Homestead landi þarf að gjöra einhverja endurbót innan 30 daga frá því það er tekið, eptir það má maður vera burtu frá því í 6 mánuði, en eptir það að búa á því stöðugt eða að minnsta kosti hafa þar heimili sitt. þessi "Tree-claim" rjettur gildir náttúrlega hvergi nema á alveg skóglausum sljettum, einsog hjer er. Viljir þú fá fleiri upplýsingar viðvíkjandi landnámslögum hjer, þá skal eg
fúslega leysa úr öllu því er eg veit jeg er búinn að grafa brunn og kjallara á mínu landi og láta plægja 3 ekrur, í haust ætla eg að byggja mjer dálítið hús og fara að búa næsta vor, þjer þykir máske að þetta sje nógu mikil ráðagjörð vinur minn! en bíddu nú við og sjáðu til hvert eg fer ekki að verða stöðugri í rásinni hjereptir en hingaðtil, því eg er nú orðinn sannfærður um að það er ekkert líf jafn rólegt og affarasælt einsog bændalífið, samt sem áður yðrast eg ekkert eptir að hafa eydt þessum 5 árum sem eg er búinn að vera hjer til að leitast fyrir, læra málið og kynnast háttum þjóðarinnar því þesskonar er alveg ómissandi einkum fyrir okkur Islendinga sem ekkert kunnum af því er hjer má að gagni verða, þessvegna þarft
þú að
fá
ofaní gjöf fyrir að vera í flokki andstæðinga minna sem eg kalla apturfaramenn, það eru þeir af Isl. sem hingað koma og eru sí og æ að synda út fyrir að geta verið ámeðal sem flestra Islenzkra þar sem þeir geta ekkert sjeð eða lært nema fleiri alda rótgróna deyfð og framtaksleysi. Forláttu elsku vinur að eg jafna þjer við þessa menn í gamni, jeg veit að þeir eru langt fyrir norðan og neðan þinn frelsiskæra og menntunargjarna hugsunarhátt en orsökin til að eg líkti þjer við þá var sú að þú spyrð mig um hvert hjer sje útlit fyrir að Isl. geti náð nokkuð stóru svæði undir sig? því svara jeg nei, og það er þeim líka fyrir beztu einsog eg hef áður sagt og þessvegna tek eg Minnesota líka langt fram yfir Nyja Island
því reynslan um leiða í ljós að ámeðan landar þar leyfa ekki öðrum þjóðum ótakmarkaðan innflutning til sín, þá verða þeir alldrei neitt í samanburði við aðra þjóðflokka hjer, annars munu þeir vart þurfa að kvíða fyrir miklum innflutningi af öðrum þjóðum því skógarhroðinn og foræðisfláarnir kringum Vinnepeg vatn eru allt annað en girnilegur aðseturstaður fyrir þá sem hafa betra við á landi en flestir Islendingar. Eptir sögn ýsmra greindra landa sem hingað komu í vor frá Nyja Isl. þá ríkir þar einsog víða heima á Fróni þessi blindi sjálfbyrgingsskapur og ófjelagslyndi sem er hið versta átumein allrar velferðar og framfara, jafnt fyrir hvern einstakan og hverja þjóð í heild sinni. Apturfararmenn þykjast með því að draga sig frá öðrum þjóðum vissir um að geta haldið óskertu "þjóðerni og tungu" jafnvel þó margir
þeirra
skilji hvorugt orðið nema
til hálfs sem sjest ljóast á Framfara - og hinu viðrinislega orðfæri sem hann ber á borð fyrir lesendur sína enda er það ekki kyn þar sem S
ra
Jón Bjarnason á hlut að máli, því af menntuðum mönnum hef eg engann heyrt er kæmist meir en í hálfkvisti við hann að strokka saman öll þau tungumál er hann veit deili á. -
Hvað þjóðerninu viðvíkur þá er
það
auðsætt að apturfararmönnum veitir hægra að vernda það en málið því eptir þriggja ára dvöl á nýja Isl. geta þeir hrósað sjer af að hafa haldið því (þjóðerninu) óblönduðu af hjerlendri kappgirni og verklegri framför, Í trúarefnum hafa þeir hið síðasta ár ekki orðið alveg eins samtaka, en ekki ætla eg að rekja þá rollu hjer því Framfari er að líkindum búinn að gjöra þig einsog marga aðra leiða á því rifrildi, samt er vonandi að
þetta meininga stríð Jóns og Páls verði til að vekja marga af söfnuðum þeirra
af
til nytsamlegra eptirgrennslana og athyglis á trú sinni. Hvað landið sjálft snertir hjer og á Nýja Isl. þá er það einsog hvítt hjá svörtu, hjer er frjósamt sljettu land sem frumblýlingurinn getur plægt og fengið afrakstur af strax á fyrsta ári, hjer eru hverki stórskógar njer foræði er hamli beinustu leið til markaða sem eru aðeins frá 6 - 12 mílur frá nýlendum landa hjer svo þeir geta hæglega farið til og frá á dag, en þótt hjer sje nærfellt skóglaust nú, þá er eldiviður engu dýrari hjer en í Wisconsin þar sem gnægð var af skógi, þessutan er hjer brennt heyi, sem er næstum eins drjúgt og viður. það er sem sje
fyrst
snúið saman og pressað í verkvjel margir hafa nú líka byrjað að planta skóg á landi sínu og þrífst hann
allstaðar vel þar sem rækt er við lögð, hjer einsog annarstaðar þar sem nokkuð er hálendt er þurt og heilnæmt loptslag, en sagt er hjer nokkuð stormasamt á vetrum. - Land það er Islendingar fengu við Vinnepeg vatn er mestmegnis þjettvaxin smáskógur hjer og hvar með illfærum mýrum og flóum svo mjög torveldt er að leggja vegi sem farandi sjeu með hest og vagn Skógurinn er illur viðfangs og seinupprættur sakir þjettleika því víða nær hver rótin í aðra enda eru landar skamt á veg komnir í því, þier er þaðan komu í vor segja að vart muni 2 ekrur á hvern búenda til jafnaðar, ístað þess er nú mun um 20 á hvern búenda sem verið hefur jafnlengi í Minnesota, næsti markaður við Nyja Isl. er Vinnepeg þangað eru fullar 70 mílur og tekur það fleiri daga á flatbátum því um landveg
er en ekki að tala, loptslag er þar saggasamt og óheilnæmt vetrar harðindi talsverdt meiri en hjer og sumar styttra, hið eina er Nyja Isl hefur framyfir Minnesota er veiðin í Vinnepegvatni enda hefur hún víst að nokkru leiti haldið í þeim lífinu þar sem af er. - Þú máské hefur orsök til að álíta þenna samjöfnuð nokkuð hlutdrægann, því "hverjum þykir sinn fugl fagur" en gott á meðan svo er segi eg líklega hefur samt þeim er fluttu af N.I. í vor þótt þar eitthvað að, sumir þeirra voru teknir fastir í Vinnepeg af því þeir ætluðu að fara án þess að borga stjórnarlánið (það er í allt um 80.000 dollars hve nær heldurðu að það verði borgað?) að síðustu var miðlað máluð svoleiðis að af þeim var tekið nokkuð af farangri þeirra það er verði nam, og fóru þeir við svo búið upp með Red River til Dacota og hafa þar að sögn
fengið ágæt lönd sem frjálsir Bandamenn. Jeg hef nú sagt þjer mitt hreinskilið álit bæði um N.I. og Minnes. og getur þú sjálfur dæmt um hvert betra muni að fara, Ef þú tekur í þig að fara hingað vestur þá láttu mig vita af því nokkuð fyrirfram svo eg geti þó að minnsta kosti hitt þig á vagnstöðvunum og ef til vill lofað þjer að vera nótt hjá mjér, Já, elsku vinur, guð gæfi að jeg gæti orðið þjer til gagns ef þú kemur hingað, Jeg vil ekki eggja þig á að koma ef þjer gengur þolanlega heima, en hitt er heilagur sannleiki að hjer í landi er langtum betra að lifa helduren á Fróni, og hjer hygg eg á að staðnæmast að minnsta kosti nokkur ár ef G.l. og þætti mjer óumræðilega væntum að fá ykkur G. systir í nágrenni hjer er en dálítið af fríu landi en það fer víst á næsta vori, af járnbrautalandi er gnægð af bestu sort fyrir 3 - 6 doll pr acre.
Nu er helsti frjettabálkurinn á enda og hef eg því stuttlega máls á ýmsu öðru sem eg hefði helzt viljað láta órótað nema af því eg er þjer svo margskuldugur um tarhreina einlægni. Mjer þykir illt ef þið systir mín lendið í nokkrum óvinsældum við gömnlu Björgu eða það fólk fyrir mína skuld, því þó mjer væri gjört rangt til þá vil eg og reyni til að gleima því að svo miklu leyti sem það er unnt, Jeg vona að þú einasti vinurinn sem reynist mjer trúr, láir mjer ekki eða kallir mig kjarklausan þó eg gjöri þá játningu fyrir þjer sem enginn annar skal nokkurntíma af mjer heyra og það er að hve illa sem Björg Schon hefur farið eða fer með mig framvegis, þá fyrirgef eg henni það allt af hjarta og bið guð að reikna henni það ekki til
syndar því eg get alldrei nei alldrei um alla eilífð gleimt henni eða hætt að elska hana, engin elskar nema einusinni fyrir alvöru á æfi sinni og sje sú ást fyrirlitin og fóttroðin þá verður þetta jarðneska líf einsog sólksinslaus dagur sem hinn þreytti vegfarandi verður sárfeginn að sofna frá og vel er þeim sem gæeta þá gengið til hvíldar með góðri samvizku og friði við sjálfann sig, þú spyrð um hvert ég "mundi aptur geta tekið B. í sátt og treysta hjarta hennar framvegis." hefði eg ekki verið hræddur um að þú ef til vill tækir þögn fyrir samsinning þá er hætt við að þú hefðir orðið að bíða eptir svari uppá þessa spurning en svo hjer verði enginn misskilningur þá set eg hjer eitt járnkaldt já helkalt
Nei
og heldur skal endurminningin um þetta bernskulega gönuskeið svíða og særa mig til dauða en að eg niðurlægi svo